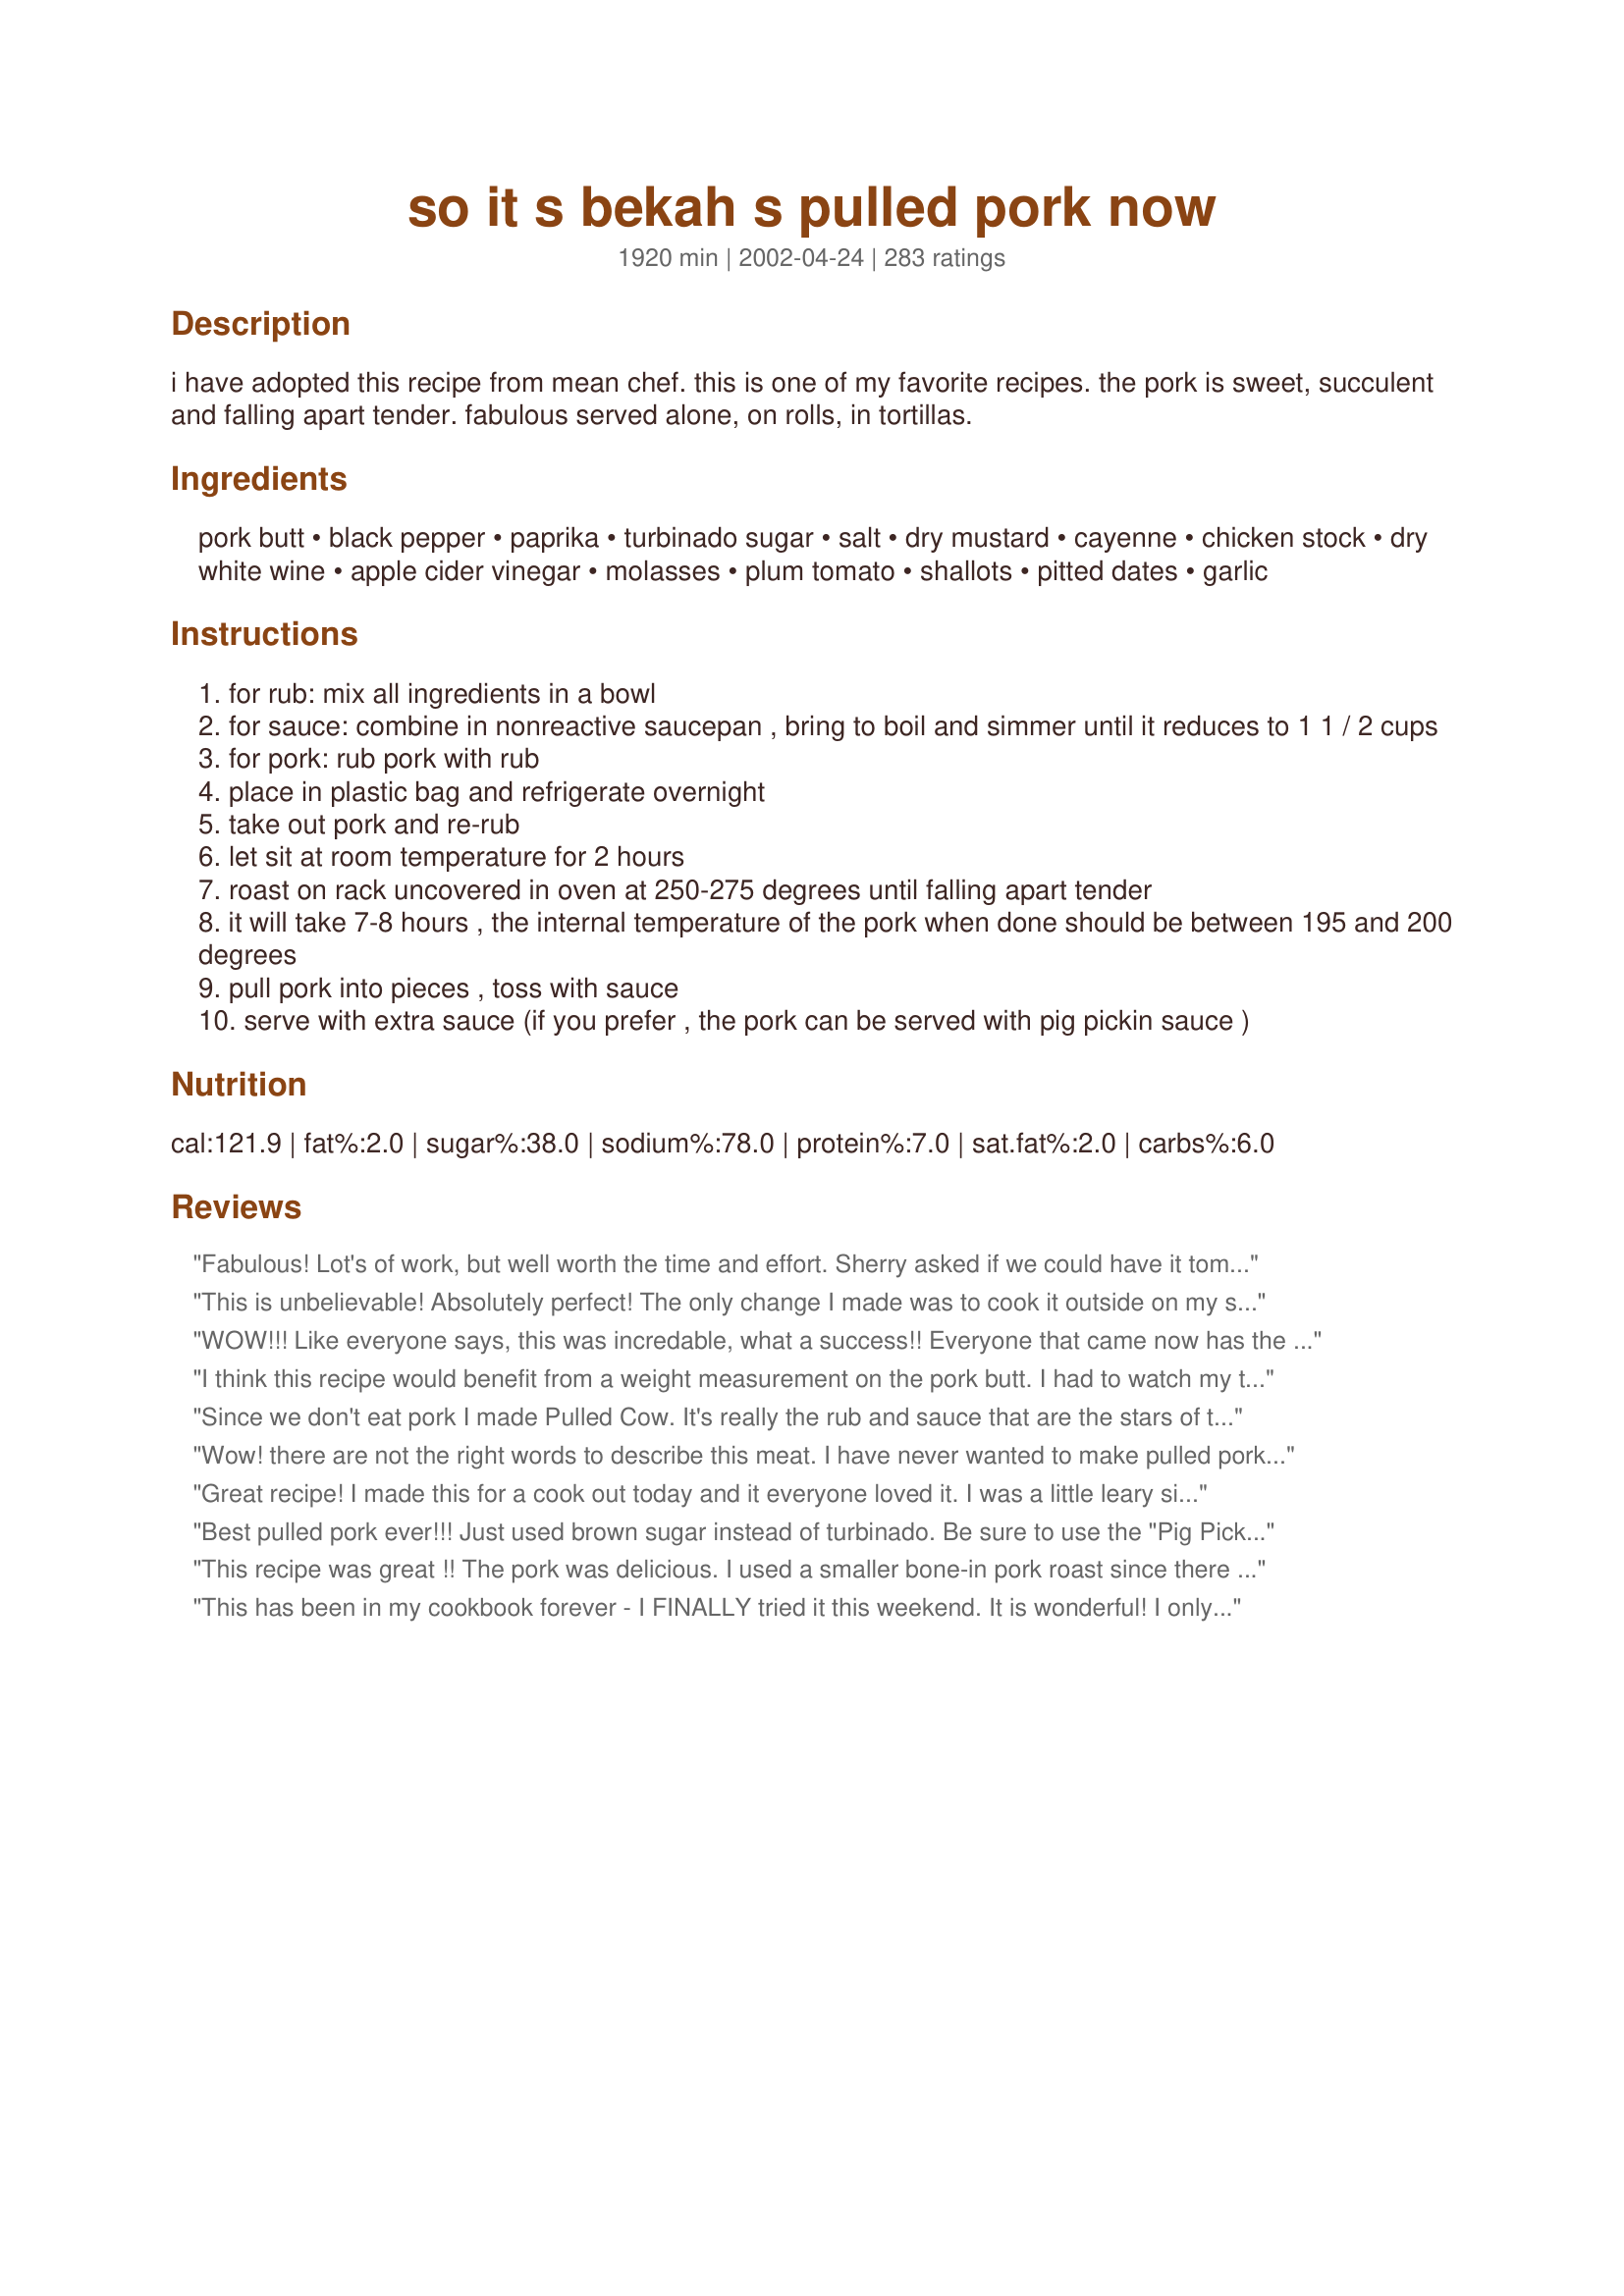
so it s bekah s pulled pork now
Preparation time: 1920 minutes

i have adopted this recipe from mean chef. this is one of my favorite recipes. the pork is sweet, succulent and falling apart tender. fabulous served alone, on rolls, in tortillas.

Ingredients:
pork butt, black pepper, paprika, turbinado sugar, salt, dry mustard, cayenne, chicken stock, dry white wine, apple cider vinegar, molasses, plum tomato, shallots, pitted dates, garlic

Steps:
for rub: mix all ingredients in a bowl
for sauce: combine in nonreactive saucepan , bring to boil and simmer until it reduces to 1 1 / 2 cups
for pork: rub pork with rub
place in plastic bag and refrigerate overnight
take out pork and re-rub
let sit at room temperature for 2 hours
roast on rack uncovered in oven at 250-275 degrees until falling apart tender
it will take 7-8 hours , the internal temperature of the pork when done should be between 195 and 200 degrees
pull pork into pieces , toss with sauce
serve with extra sauce (if you prefer , the pork can be served with pig pickin sauce )

Reviews:
Fabulous! Lot's of work, but well worth the time and effort. Sherry asked if we could have it tomorrow night. Thanks for sharing.
This is unbelievable! Absolutely perfect! The only change I made was to cook it outside on my smoker. It took nearly 12 hours!!But it is worth every moment of waiting. We are making it for our annual July 4th party with Carolina Red Coleslaw from the Epicurious site - and serving it the traditional way - on cheap white burger buns, topped with coleslaw, and a squeeze of pig pickin' sauce. It is one yummy sandwich. 

MeanChef, all your reecipes are SOOO good. but this one makes me swoon.....
WOW!!! Like everyone says, this was incredable, what a success!! Everyone that came now has the recipe. Followed everything exactly, but had to use regular brown sugar in the rub, it was wonderful anyway! In the fantastic sauce I had to use onions instead of shallots, couldn't get any decent shallots. It took about 8 1/2 hours and came apart so easily. As everyone in the thread said to use CWB, we found the cheepest possible and still can't figure why cheap white buns?? Although admittedly, they were perfect, don't know why! I made 3 different sauces, to see which we liked best and without doubt, your molasses bbq sauce was outstanding! (a bit sweet for me, but I was outnumbered!)Thanks Mean Chef for turning my thoughts about pulled pork around, dry heat is definately it and the rub is still tingling. The flavours were fantastic! There was some meat left over so I did it up in wraps and froze them, looking forward to some great lunches!
I think this recipe would benefit from a weight measurement on the pork butt. I had to watch my thermometer very carefully and it was done in about 5 hours. The temperature was right, but it wasn't falling-apart tender. This could be because my pork was a boneless shoulder. (Shoulder and butt are the same thing, but a "whole butt" I guess would suggest bone-in.) The sauce seemed really yucky on its own, but I was brave and put in on the pork, and somehow it works! This was actually a very tasty meal, but I much prefer pulled pork cooked in the sauce in the crockpot.
Since we don't eat pork I made Pulled Cow. It's really the rub and sauce that are the stars of this show! I used a dark brown sugar instead of the turbinado sugar, and double the quantity of minced dates. Heaven! I served this with mashed potatoes and my kids were practically licking their plates clean! My BH had 2 1/2 helpings and had to be rolled from the table. I think this would work well with almost any kind of meat. Thanks, Mean Chef, this has already started to make the rounds in my community!
Wow! there are not the right words to describe this meat. I have never wanted to make pulled pork, it just never apealed to me. Was I wrong. I made this recipe exactly as written, including the BBQ sauce and even made the pigpicn sauce too. The rub made me extremly nervous as some of my family hate pepper, and 1/4 cup was almost too much for me to do, but I did and no one noticed. They all loved it! I even made 2 7lb roasts and am now enjoying the leftovers. My fav sauce was the BBQ although some like the PigPickin, the BBQ was a clear winner. This is very different from what we are used to, and I have to admit I had some Sweet Baby Rays on hand just in case ha but sure didn't need it. This was just fantastic. Thankyou for introducing me to a great dish I have been missin.
Great recipe! I made this for a cook out today and it everyone loved it. I was a little leary since I&#039;ve never tried it before so I wasn&#039;t sure how it would come out. I bought a pork shoulder that was just under 9 pounds. I let the rub stay on for 2 days. Since it was low and slow I figured it would be ok to cook overnight. I came home from a party last night and put the roast in the oven before I went to bed and woke up to a wonderful aroma! The pork was good before I added sauce (I made a sauce that combined the flavors of bbq sauce and vinegar sauce) It was really good. Thanks for posting.
Best pulled pork ever!!! Just used brown sugar instead of turbinado. Be sure to use the "Pig Picken Sauce" also.
This recipe was great !! The pork was delicious. I used a smaller bone-in pork roast since there is only two of us. We ate every bit of it, hot and cold!. We didn't care for the sauce and will use BBQ sauce next time. But that's just a matter of personal taste. Will be making it many times in the future. Thanks for sharing.
This has been in my cookbook forever - I FINALLY tried it this weekend. It is wonderful! I only used a different cut of pork roast - AMAZING. I will be honest - when the sauce was cooking I kept thinking - this really doesn't smell good......but when I tasted it - WOW.
Served it on buns with home fries, and coleslaw.

Getting up at 6 in the morning, on a Saturday, goes against everything I believe in, but it was well worth it for this recipe. I followed the recipe to the letter, and served on buns, topped with coleslaw. This was the first time I made pulled pork, and it was delicious, but next time I will trim more fat off while pulling, as I found a bit too much gristle in my sandwiches.
Wonderful recipe! It was a big hit! I made it with 2 Pork Loin Roast. I only used one recipe of rub & sauce for both 4 lb pork roasts.
Fantastic! I have made this a few times and no other pulled pork I have tasted comes close. Great on a bun or by itself, still great after frozen and thawed. A big hit with everyone who has tried it!
The finished product was pretty good. Because it was roasted the outside was kind of dry for our taste. Next time I think I will cover with foil. The sauce was a good mix of sweet and sour and we liked it very much.
I'm not sure what I could add that hasn't already been said. This recipe is out of this world. Everyone was crazy about it and I'm sure I'll be making this many times to come. Thanks!
Great recipe. Tried this last month. I just now decided to join and vote.
We used a 2 1/2 pound pork roast instead of the whole pork butt. I think I used too much of the rub as it roast was totally encrusted (maybe 1/4 of an inch) and the rub was burnt. I scraped off most of the rub before pulling and mixing with the molasses BBQ sauce. But the pork was extremely flavorful and we liked the molasses BBQ sauce too. Next time (and there will definately be a next time!) I won't use so much rub or purchase a whole pork butt like the directions call for. FANTASTIC, Mean Chef!
I made this yesterday and it was fabulous. The aroma alone was driving us all crazy. Thank-you, thank-you, thank-you. 

Sara
I have made this over five times or so for party's and it is always a hit if you want people to remeber your food make this recipe.
I'm sure this is probably very good with the pork, but I used the rub on a beef rump roast, cooked it at 200 degrees for about 7 hours and it burnt up. I guess I should have followed the recipe as it is written. Will do that next time.
This is how Pulled Pork is supposed to taste. I've made this 5 times now and each time it's great. Now I'm a rub snob and won't eat pulled pork from a crock pot. Thanks for the wonderful recipe.
I am only rating method and spice rub. FANTASTIC!! I used my family&#039;s favourite BBQ sauce instead. Very easy recipe.
I had never made anything like this before, it should be bottled and sold, thank you!!
We didn't like the sauce, but the rub on the pork was phenomenal. Every tidbit was bursting with flavor. The inside of the roast was milder (which was good for the kids' sake). Had this 2 nights in a row and still have a little left for an omelet. Mmm.
excellent. Very flavorful, great for a do-ahead meal for a crowd
OUT OF THIS WORLD!!!!!!!!!
A very easy rub with delicious flavor. We used a pork shoulder/butt and let it cook the full 8 hours even though it looked burned...the "burned" part ended up being my husband's favorite part because it has the heat from the pepper. We argued over who had eaten more of the leftovers...we both wanted it all! I ended up using Jack Stack BBQ sauce instead of the Molasses BBQ sauce, but will try it next time. This will be one of our standard rubs for pork...Absolutely WONDERFUL!
Although I have made pulled pork many times before, I am always looking for a new way to season it...and this rub was fantastic. The pork was tender, juicy, and had a nice sweet/spicy taste combination (I added a bit more cayenne than the recipe calls for). The Pig Pickin Sauce is my favorite, so I used it this time. Maybe I'll try the Molasses Sauce next time. Hey, just because our politics don't rub together doesn't mean we can't enjoy a good pork rub. And this one is definately good. Thanks for sharing.

FANTABULOUS! The whole family gobbled these up - even the little ones asked for seconds. I made the recipe exactly as written - and see no reason to ever modify it. Thanks for keeping Mean's legend alive here.
AMAZING rub! We loved it. It crusted wonderfully and was nice and spicy. We didn't like the sauce though :-( it was to sweet so only 4 stars.
OUTSTANDING!!! I have been meaning to make this for a long long time. Yesterday when I was at Sam's Club I found a 12 pound butt. Since there is only 2 of us eating it, I was really apprehendsive of making something that big, I was relieved to find out it was two packaged in one. I rubbed it last night, and could not get the seasoning rubbed in with out it all crumbling off, so I just rubbed it in the best I could, this is my first time, so I wasn't really sure how it was suppose to react. I put it in the fridge over night, when I re rubbed it this morning it looked much better. When I put it in the oven to slow bake, I woke up from my nap to this delicious aroma. Who knew a butt could smell that good? I am on Atkins, so I did not make your sauce. But the meat will definately make lunches for awhile. Thank you for sharing this great recipe Mean!!
Mean Chef, you've struck again. Great receipe, absolultely loved it. Can't think of anything I'd change with this. I'm so impressed that when I visit my kids in Texas the menu is going with me. Oh and what few left overs there was was great also.
Thanks for this great receipe..
This was AMAZING! I've been sitting on the recipe since before mean chef left and finally made it! I was scared when I pulled it out of the oven because it looked black. When I peeled the outer layer off, this beautiful juicy piece of meat greeted me with a smile. I'd like to try the pig pickn' sauce next!
This is amazing! We all loved it and believe me it will be the only way I cook pork for sandwiches from now on. The rub is excellent, the sauce is great. I served it with my Garlic Potatoes and coleslaw. Absolutely fantastic!
What's left to say?!?! I've got the rub mixture permanently in my pantry now. I nibbled wayyyy too much pork while I was shredding it. I LOVE the outside of it. Dh was in heaven. Yum, yum, yum, yum, yummy!!!
I made this a long time ago and it was perfect. Everyone finished it off and asked for the recipe. Great recipe.
Ok, can I be #seventy something to say YUM!?! Great recipe. I'm mad that when digging out my spices I found myself short on paprika and black pepper but the rub still turned out great. Think I'll stick with the 1/2 black pepper idea for the kids sake. For those who like details like I do - my meat weighed 6.98lbs and took 7 1/2 hours to reach 197-98 degrees @ 250 for 6 3/4 hrs and 275 until done. I did let it set out 2 hours before baking. I made the Molasses BBQ sauce and it was interesting, but not our favorite. The Pig Pickin Sauce was to die for, we are vinegar people! This made a lot of meat so I'm going to remember this recipe when entertaining large groups. Glad I jumped on the bandwagon, dh just said "That was a killer meal!"
super easy, everyone loved it! Thanks!
AMAZING! we had a 4 pound pork butt and leeannr's time estimate was right on...but to be sure you should check the internal temperature. i followed the recipe exactly except i didn't make the sauce...just used the rub only. every bite was full of flavor and the pork wass succulent and juicy. we slathered ours with barbecue sauce and ate them on cheap white buns and we all were in heaven (5 out of 6 family memebers loved it and the one that didn't...well that child hates everything so he doesn't count LOL). not a scrap left so i guess i will have to make it again soon. a keeper! thanks for the recipe.
If I could individualize my ratings for the pork vs the sauce I would give 5 for the pork (wonderful with a bit of spice) for it was easy to do. pulled apart wonderfully. I did about a 3lbs butt which fed 6 people comfortably with fixings and wings. I would only give the sauce a 3 star though. I found the molasses to overpowering and ended up leaving a bitter aftertaste. I added about 1/2 cup brown sugar and 1/2 cup ketchup to the sauce to make it sweeter and then it really tasted good.

I had cooked the roast the day before, shredded it and left it over night. Tossed it in the slow cooker to keep warm the next day. Made the sauce and tossed it altogether. Topped the meat with coleslaw and wow do it make a great meal.
Do not fret when you see the dry mix ingredients, as I did. "Surely there cannot be 1/4 cup of pepper...that must be a typo" I said. But I made it as written, and it was perfect. I made two of these pork butts for a family event and all were in awe. 

I made the sauce which was listed also. I wanted to like it. The sauce takes 5x more effort than the meat, but cannot say I loved it. It was o.k. I have had some vinegar based bbq sauces I like, but not this one so much. I made this listed sauce and a tomato based bbq sauce and put them both in squeeze bottles for each to choose. Tomato beat vinegar by 10:1. Could have been the yankee crowd, not sure. But the sammie rocks.
I served this on crusty rolls and my husband really liked it. The sauce is so delicious and the meat was very tender.
I am not offering a rating because I think my experience was not typical. First, I live in the UK and asking for a pork butt from the butcher has resulted in nothing but a lot of hysterical laughter. I ended up using a big pork leg roast -- about 4 lbs -- which I cooked for b/w 4 and 5 hours. I have to say the flavour was very good, but the meat itself did dry out. Only a small part of the roast was really tender and juicy. For the sauce, I couldn't find any molasses so I used greek honey (a very dark honey) and that worked great. The sauce made this dish good, since my meat was so dry. I think I will try this again with a beef rump roast. That I CAN get here...
Outstanding! We thought that pulled pork this good was found only in restaurants-wrong!

This is the only way we do pulled pork now-the long and slow cooking method keeps the meat juicy and at the same time, the edges get nice and crispy. We serve with the Pig Pickin Sauce and toast the buns with melted butter.
I really don't see how this recipe got so many high ratings. The rub is good, and if you wrap the pork in foil to seal in the juices, it will literally fall off the bone. So, until I got to the sauce I thought this was a 5 star recipe. The sauce is not what I am used to in terms of a traditional BBQ sauce, but I liked the idea of a sweet/savory type combination. It turned out to be kind of bland even though I followed the recipe/directions exactly. I will use the rub but in the future will make a different sauce. Here in upstate NY we do Dinosaur Barbecue style, so that will be my model. This sauce might work for others, but not for me.
This was pretty good. I couldn't find a pork butt, nor did I need that much meat, so I just used two pork blades and cut the recipe in half. One of the blades pulled apart easily with a fork, the other was very tough and had to be cut apart with a knife. I'm not sure what happened, but it still tasted pretty good. I will definately make this again.
Very popular at my Fourth of July party. 4 whole pork butts served 50+ guests, and I used potato rolls as the sandwich bread. I let the butts hang out in my fridge with the rub overnight, then cooked and shredded them the day before. The day of the party I made the yummy sauce, then put the pulled pork and some of the sauce in my huge crock pot and let guests help themselves. Just had to top up the pork halfway thru the party with a lil more sauce. Got lots of requests for this recipe!
We ended up using a 3.5lb pork shoulder and at 7 hours it was just perfect. For whatever reason we ended up with way too much rub on the meat and had to cut away pretty much the entire outer portion - it was just too peppery. The meat itself cooked up soooo moist and the sauce was delicious!!
Absolutely wonderful........it is so easy......make the rub at night and coat the roast, put in the oven in the morning....and cook all day for a wonderful meal. My DH was so crazy about the rub after it was done that I didn't think there would be any left to mix with the pulled pork. The rub has all the flavor and spice, so I had to chase him away....!! I can't believe that I thought this was too complicated to try.
5 Stars all the way.!! Donna
Update......I've made this 3 times now and have finally decided that there is too much black pepper for me.....so I have cut it to 1/8 cup and used a paprika blend of spices for the other 1/8 c. The rest of the family likes it either way, so I think I will tame it down for me in the future.(It is VERY spicy as written).
Wow! This is THE pulled pork recipe to try. This came out of the oven so tender and juicy, DH and DD couldn't quit eating it while shredding it. THEN.....the sauce to put on top is TO DIE FOR. I was in heaven! I will definately be making this many times over. Thank you for much for keeping this recipe alive, it is wonderful.
Wow, this is just an all around awesome pulled pork recipe!! The pork turned out perfect and the bbq sauce was delicious!! The sauce didn't thicken much, I'm not really sure if it was supposed too or not but, it worked out perfectly with the meat and tasted amazing all together. Great recipe, thanks for sharing!!
I will just rate the pulled pork because I did not like the sauce at all. The pork was great. I made it for my husband's poker night with his buddies. Unfortunately, all I had was HOT paprika so needless to say, it was very very very spicy. The boys loved it, though. I told my husband that pork butt was on sale at the store and he said that we have to go back and buy a couple more! I'd say that's a success.
Fabulous! Can't add more as all the prior reviewers stole my words.
My review is for the rub in this recipe - I didn't have all the ingredients for the sauce at the time. Followed marinating instructions and cooked in my crockpot for 8 hours. The spice combination makes a delicious flavored pork roast. You just can't help pulling off pieces to taste when shredding the roast. It makes a wonderful outer crust and seals in the juices. I did use recipe#171860 and made sandwiches with recipe#19623. :yummy: Thank-you.
I used the rub only and just that alone is worth more than 5 stars. I also didn't have the pitted dates to make the sauce. Will definitely make it next time. I had planned on smoking this but it rained all day. So a 7# Boston pork butt went into a 275 deg. oven for about 3 1/2 hrs. It pulled apart easily and had a wonderful flavor. Thanks for sharing a great rub recipe!
We loved this! it smelled so good all day, I cooked it in my oven in the trailer and I kept getting wiffs of it in the house and outside, we must have been making some little animals hungry!
It was heavenly on a bun with coleslaw.
Awesome. Everyone loved it. Will definitely be making it again.
I keep making this and it's always good! I always have plenty of the rub left so I put it in a baggie and save it for the next time! I've also used the rub on other cuts of meat like pork loin and even steak. Love it!
We had never had Pulled Pork before, WOW were we surprised! So incredible...I made a reduction with the Molasses BBQ Sauce after it had marinated and we dipped the pork in the new sauce...YumYum, kids loved it, hubby loved it. Will make this again, Thanks!
Wonderful. My guests were crazy about it!!
Nothing could be easier. Rub it the night before, shove in the fridge, pull it out the next morning, a quick re-rub and a two hour room temp. 'warm-up' and into the oven it goes. Mine wasn't exactly falling apart tender after seven hours, I wish I had cooked it at the 275, instead of going with the lower end of 250. So after 7 hours at 250 I turned it up to 275 for another hour. I pulled the pork, then drizzled the whole recipe of pig pickin sauce over it and mixed well, then used a bottle of Sweet Baby Ray's bbq sauce over it and mixed again. I loved the combo of both. We all loved it and will make it again for sure. It's a great dinner to do when you don't want to spend a lot of time in the kitchen, like on football Sundays. Thanks Mean Chef for another great recipe!
OMG! the best EVER....EASY AND TASTY...this recipe is the best pulled pork recipe hands down! Make it for your next party, your guests will go nuts!
This pork was fabulous!!! We made this for 4th of july and I was really dissapointed that we didn't have a smoker to make pulled pork sandwiches. I stumbled across this recipe as a substitue for what I was craving and boy am I glad I did. This was one of the best pulled pork sandwiches I have ever had. I am not super crazy about the sauce (personal preference) but I just added a little of my favorite BBQ sauces to it and it was really good. Just a lot of work. The pork takes a while to make but is in no way labor intensive. I will be adding this to our familys regular rotation. It would be great for a party or gathering as it makes a LOT! Tahnks for the yummy recipe!
Wow, this turned out great! I used a 4lb. pork loin since that was what was available and there are only 2 of us. For some reason, though, I have a nagging feeling that it would have been even better if I had used a bone-in cut. Well, regardless, very delicious and the Molasses sauce was well worth the effort! Thank you for sharing this recipe, Meanie!
My attempt at puled pork wasn't so successful. I think I used too much of the rub and with the sauce, it was too much.

BUT... found a great use for the rub (had a lot left over from the pulled pork attempt). Super yummy for marinating pork chops then pan fried them. Yummy. DH and kids usually don't like pork chops cuz the meat's dry...but the plate's clean everytime I make chops this way.

I'm rating the rub 5 stars.
I've made this 4 times now and everyone LOVES it.
Not of course that this needs another 5 star rating, but what the heck...I've made this 3 times already. I love the fact that this bakes at a lower temp for an ext period of time. Great as a BBQ sandwich, great as a fajita filling with rice and beans and great as the pork in poblano pork stew. So many uses...I never think "What will I do with the leftovers"!!!
What could I say that hasn't already been said...NOTHING! This recipe is definitely a KEEPER! I fixed this tonight and my boyfriend and I both ate ourselves sick and still have a TON of leftovers! Since it was just the two of us, I used a 3lb piece of Boston Pork Butt. It worked perfectly! I rubbed the butt last night with the rub and set it in the refrigerator overnight. I didn't have any dry mustard so I was forced to leave it out. However, from the taste of this pork, I wouldn't have known any better! I cooked it for about 6 hours at 250 degrees and it was PERFECT since it was a small piece of meat. I served it with some sweet Hawaiian rolls, curly fries, and Sauteed Cinnamon Apples. I'm STUFFED!!!
Mean Chef this was such a great dinner! Served it with fried okra # 11640, Southern Sweet Tea #63785, Southern Buttermilk Biscuits #26110, and Creamy Coleslaw #26143. Super simple to make and absolutely delicious!
The rub is fantastic. I just pulled the roast out of the oven and I can't keep away from it! The rub makes it spicy without being overwhelmingly hot. I'm not making the bbq sauce this time, but I'll use this rub over and over. Oh, and I took the roast out of the oven after 8 hours. The roast is around 6 lbs and only reached 168 degrees, but pork is fully cooked at 165. It would probably have been overcooked had I left it in to reach 195. Oh, I need to go make a sandwich :) Thanks for this one! (I just have to update to say this roast is the best thing I've ever made! Also, because I pulled it out of the oven at a lower temperature than called for, it doesn't pull apart but is perfect for slicing. The only bad part is that it's almost gone now.)
I smoked a pork butt today and used the rub part of this recipe and WOW!!! The pork came out of the smoker falling apart and delicious! I didn't make the sauce only because I didn't have all the ingredients but you can bet next time I will make sure to have everything on hand! We smoked it about 8 hours on the smoker and it was just scrumptious. Thanks for suggesting your recipe over in the grilling forum!
Absolutely to die for. My son and son-in-law had about 4-5 sandwiches at supper. The next morning they were pigging out (no pun intended) again. Thanks for a superb recipe Mean Chef.
I didn't make the sauce but the rub was excellent! I made the full amount but didn't need all of it to cover my 3.5lb butt. I shredded the meat and combined the remaining rub mixture and bbq sauce into my slow cooker set on Low for about an hour. I couldn't believe the response I got from this, after only a few bites, requests came in to make this again ASAP...looks like the oven will be on all summer long, thanks a lottttttttttt Meanie!
I made this for my sons birthday and a few months ago and people that were there still tell me "those pulled pork sandwiches you made were amazing!!!" The Molasses Barbecue Sauce really makes this a great recipe. Spoon and it onto your sandwich and enjoy the juicy, lucious goodness, mmmmmmmmmmmm
Excellent recipe! I didn't make the barbecue sauce, but the pulled pork was delicious. This was very easy to make.
This was awesome fixed it for my nephews birthday party and used my own BBQ sauce and was a hit.
Made this for Father's Day. Fantastic and so-o-o easy!!!
Well, I have to join the bandwagon! This was delicious! I did use a different cut of meat though...I used a pork loin roast and after Mean had let me know that this wouldn't fair well in this recipe, I decided to try something I do with a beef roast. I took the seasoned pork loin roast after it had been roasting for a couple of hours and put it in a roasting pan. I added some water, about an inch or so, covered the pan, and continued roasting the meat for another couple of hours. Well, the meat turned out fork tender and the seasonings added a nice little kick to the meat. I also made the molasses sauce and poured that over the shredded meat. Usually my family uses additional bbq sauce, but I told them to try it just as it was...No one used any extra bbq sauce! (I did use onions instead of the shallots and I used an extra cup of broth instead of the white wine...)I'll be anxious to try this recipe again and I don't think you'll have any complaints from my family! YUMMERS!!!
This was my first time to cook a pork butt, but they were on sale so I bought 3. My DH and DS fancy themselves pulled pork connoisseurs. My 16 year old said to his father, (whispering) "This is either going to be either really good or really bad." When those two tasted the results, they declared that it was better than Corky's of Memphis(their personal Mecca of bar-b-q joints.) This is a fantastic recipe. So easy. The aroma coming from the oven was mouth watering. Thanks so much for the recipe. I will be serving it for the next family get together.
this was awesome! I put it in the crockpot overnight and woke up to a marvelous smell! I cooked up a 6.5 lb. roast and we fed 30 plus folks. Thank you!!!
I don't know why I'm bothering to post yet another raving review! I did a pork tenderloin, which I knew might be drier than other cuts, but I was OK with that knowing I could drown it in sauce. Took about 4 hours at 250F to reach an internal temp of 195F. Served it alongside some chipotlified "Old Time Baked Beans" (#29785) and "Freezer Slaw" (#9099).
Has anyone tried this on the smoker? Would love to see how the flavors meld
Mmm...beautiful food! But the aroma almost killed me, waiting for it all day was not easy. It tasted great with or without the sauce (be advised to go easy on the sauce if you do use it.) Thanks for the recipe!
Yep. Uh-huh. What they said. The best stuff ever.
This is just amazing pulled pork. And amazingly easy! I was a bit nervous, as it was my first time making this. But it couldn't have been any easier! The most work was chopping the few things for the sauce. And that was a cinch. My husband was begging me to try this, so I went straight to your recipe, Mean. I have orders to put it in regular rotation here. We were thinking the meat without the sauce(which is delicious, and the aroma it gives off while simmering is making me drool all over again) would make a great filling for enchiladas, with a good mole sauce.
Again, this is very easy to make, even for a beginner. The ingredients are common and easy to find, and the oven does all the work. Just pop the pork in the oven,and leave it alone. Our pork butt was 3-4 pounds, and after 5 hours at 250°, registered 200° on the meat thermometer. Pulled apart very easily! Served on cheap white buns with cole slaw and Pepsi. Heaven! Thanks Mean Chef!
Really good. The spice was a bit too much for me and the kids. I will decrease the pepper next time.
Wonderful...
I researched my thesaurus to find some new words to describe how delicious this was... but I guess they were all used up. It was melt in your mouth wonderful. I used a Thai barbeque sauce and it went very well with the pork. Thanks once again MeanChef.
This was fantastic and well worth the time. Everyone loved it and it reminded me of holidaying in Hawaii!
Very good. My first time using a rub. I cooked mine until the internal temperature was 195. I didn't want it to dry out, so took it out then. Next time I would leave it a little longer as parts of it were falling apart tender, but others were not so tender. Used Pig Pickin sauce, but my husband liked it with some Sweet Baby Ray's BBQ sauce added on the sandwich. Thanks for sharing!
EXCELLENT!!!!!! I started with what I thought was a 12 pound pork butt, however, it turned out to be two 6 pound roasts. I was cooking for my brother, SIL and their crew so I cooked both. I put them in the oven at 275 degrees at 10:00 pm. The next morning I got up at 8:00 am and they were a little over 200 degrees so 9 hours probably would have been better. The outside was very crispy and delicious and the meat was tender and juicy. We are not big fans of vinegar based sauces so I did not cook the Pig Pickin Sauce but instead chose the Molasses Sauce. I have to say we did not care for the Molasses BBQ Sauce either. I doctored it up with many different ingredients and it turned out ok. I am not reviewing the sauce just the pork. Everyone enjoyed it and it will grace our table again very often.
Well, you have lots of reviews, but I had to add my 2 cents! This pulled pork recipe is very tender and a must try! I didn't get a chance to try the sauce with this recipe (but I will next time). Instead I used Stubb's BBQ Sauce. The pork was very flavorful. Next time I will cut back on the pepper just a tad, but other than that it was perfect! Thanks Mean for another hit!
Wow, this was amazing. I couldn't find a whole pork butt, so I used two bone-in butt roasts and stuck them in the oven for about 6 hours.
They fell apart wonderfully, and I kept sneaking bites as I pulled it. I didn't make this sauce, but the pork itself was a big hit!
I am always looking for recipes to expand my picky hubbys list of will eats and decided to try this great sounding recipe. Ended up having 4 friends drop by too and they have all asked to be called when I make this again. The meat was tender and very flavorful. Loved the flavor the rub provided and wouldnt change a thing about it!! Thanks for a new family favorite!!
I've been making pulled pork for many years and this one is a winner! The flavor of the rub is an excellent compliment to any sauce you may use. I know because I made three additional sauces to try with this pork. The molasses sauce recipe given with this recipe is excellent. I prepared this recipe exactly as directed with no modifications. Thanks for sharing this one with us, Mean Chef : )
This was wonderful. I used a small 3lb butt so only made up half the rub recipe and it was plenty. I did cut back a little tiny bit, not much, on the black pepper and paprika. Due to time constraints I was not able to leave at room temp for 2 hours. I didn't have a rack so I put it on foil in a baking dish and in 5 hours it was beautifully done (couldn't find my thermometer though). DH ate his portion without any sauce and the kids and I dressed ours with Sweet Baby Ray's honey barbecue sauce. Served with mashed potatoes, greenbean casserole and yeast rolls. YUMMY. I will definitely make this again. Thanks for a great recipe! ***UPDATE** Since the time of my first review, I have been using the Pig Pickin' Sauce recommended in the recipe and it is FABULOUS. I will always use that from now on; I am an NC gal and love a traditional vinegar and red pepper based sauce and I coarsely chop the meat with a cleaver instead of pulling it. This incorporates the crusty delicious outside bits throughout. The other thing I have learned is that you must use a Boston Butt for best results; other cuts of pork just do not work as well. This is the best recipe I have made from Zaar.
Excellent, another satisfied customer. I love pulled prok and this was fabulous. This is a recipe that can impress. Made molasses sauce and all. Instead of pork shoulder, I used pork should ribs that were tremendous but came out just as tender. I might cut down on the black pepper next time but other then that- it was good eatin!!! Thanks, Mean Chef
Amazing recipe! I reviewed this earlier and I remember being the 100th reviewer, but unfortunately it was never posted. Anyway hope that this review is posted. I used 5.7 lbs of boneless pork. It took about 6 hours for it to reach the stage where I could cut it in perfect slices. In the past when I baked it for about 8 hours, it was delicious too - perfect pulled pork (shredded easily). Both ways are great for sandwiches. However I am always baffled by the large quantities of pepper and mustard in the recipe. Thought it was a typo at first, but decided to use half the quantity for the size of pork I had. Thanks Mean Chef&lt;br/&gt;8/8/13 :I have to thank Bekah who has inherited this wonderful recipe.. This recipe is still a winner at our home. I have even made it with thick pork loin tips 3lbs in a covered pyrex dish. 375 degrees at 20 mins per pound - you&#039;re right .. it doesn&#039;t turn into pulled pork but delicious sliceable chunks of pork for sandwiches. I used only 1/8 cup of pepper and 1/8 cup of paprika, 1 tsp of red chilli powder (cayenne) and it was perfect.
This was wonderful. I followed the directions exactly, except I substituted brown sugar for the turbinado sugar. I set the oven for 275 degrees (it was a 4lbs.plus pork butt) and let it go for 7 hours - nothing could be easier. The meat was falling-apart tender, and DH and DD loved it. I'll be making this again and again - we're all trying to low-carb it a little, so no one wanted sandwiches - we ate it as pulled pork on plates. The cayenne gave it the perfect little kick, and while I thought the sugar might bring too much sweetness, it was absolutely perfect! I'll make this again and again - thanks for a great recipe!
Wow! This was awesome Mean! I was having my family over for dinner and I wanted to make something out of this world, so I opted for your pulled pork. I always worry when I make a recipe for the first time, especially when having company over, but it turned out perfect. The meat just fell apart. Unfortunately, I did something wrong with the sauce, so it looked very unappetizing when it was finally done. (After all the rave reviews, I guess I'll just have to keep doing it 'til I get it right!) I plan on making this often. It was so easy and absolutley scrumptious! Thanks for a great new recipe!
Really great taste! I made it for superbowl Sunday and was not disappointed. The outer crust blended into the rest of the meat quite nicely when pulled. i made both the Pickin Sauce and the Molasses Barbeque Sauce. I loved the BBQ sauce best! I was really confused about what size butt to use and really wished there had been more specifications as i had never gone in search of a "whole pork butt" before. Here is what i found and used--- approx. a 7 pound "pork butt" and it took approx. 7 1/2 hours for it to reach 190 degrees internal temp. My oven was set to 250 degrees. I was pleased such a serious dish turned out so great on my first try --I'll definitely make this again.
Absolutely awesome! So tender, so juicy, so delicious! The sauce is a little sweet and very tasty - the pork is indescribable. Everyone raved over this! I think I love you, MEANCHEF!
Fabulous! Thanks for sharing! Followed recipe with exception to the tomatoes in the sauce. I didn't have any plum tomatoes so I substituted with a vine tomato and it worked fine.
Very good recipe. We all liked it very much. Thanks for posting.
I didn't use the sauce but I cooked the butts this way and HOLY MOLY! The rub and the cooking was phenomenal. I put them in at 10 pm, cooked them a little slower and pulled them out when I left for church at 9 am (for a church to go fund raiser) and WOW! I love this method of cooking! I didn't have all the paprika so I substituted half of it for smoked Hungarian paprika and it almost tasted like it was in the smoker!
I have had this recipe in my "Want to Try" cookbook for several months, but had not had the right opportunity to make it. I was having 25 people for Easter lunch this year, so decided this was it. I ended up buying a very large package (17 lbs.) of pork butts from Sam's and was wondering what I was going to do with all that meat! I followed the recipe as directed, even though I was somewhat concerned about the amount of hot spices in the rub. Well, long story short, it turned out perfect! After about 10 hours of cooking, it was fall off the bone tender and very flavorful. The crispy outer parts with the rub were especially good. I added the molasses barbeque sauce, which made it even better. I also made the pig pickin vinegar sauce which added a nice tang for those who tried it. We ate half of the meat for the meal and then everyone took home leftovers, which I considered a great compliment. This recipe definitely lives up to all the hype and I will make this again. Thanks for sharing.
What can I say about this recipe that hasn't already been said? OK, I love being able to say that I put my butt on the cutting board and rubbed it, LOL! I used 2 blade roasts that made up about half a pork butt. I kept everything else as the recipe calls for and absolutely loved it. I was amazed at how moist and tender it came out. I did use the Pig Pickin sauce instead of the Molasses BBQ sauce. Very delicious. Each of us had a small bowl in front of our plate to mix the pork with whatever amount of pickin sauce, bbq sauce or whatever before we served on roles. I look forward to trying this on tortillas with some cilantro, tomatoes and onion. Thanks many times over for a great recipe!
Boy was this good! I put this in my slow cooker before I left for work and I chose to use bottled sauce because I was short on time at the end of the day. Perfect weeknight meal.
I am making this awesome dish for the 3rd time & I can't wait for it to be finished cooking. I had never cooked pork butt before and had no idea how much the pork butt called for in the recipe should weigh. My butcher (who does not sell pork butt) suggested I use a 3 pound pork shoulder. It was tasty, pulled apart with ease but was quite overdone since it had cooked for the recommended cooking time. But I was not to be discouraged! My 2nd attempt was a much larger trussed shoulder (about 5 pounds) and the results were much more tender and juicy yet the crust was just perfect when pulled apart and mixed into the soft meat. The taste was amazing. It was hard to stop nibbling as I was stacking the meat on the buns. The sauce was fantastic and I will try the pig pickin sauce also this time around. I raved so much about this recipe that my friend in Whistler, B.C. cooked it ... she thought she had died and gone to heaven. Since her dh does not eat pork, she tried the rub on a chicken and swears it was the best roast chicken she's ever had. I will also try this rub on a big brisket for all my friends who don't eat pork. This rub just rocks! Thanks Mean Chef.
Awesome rub. Didn't do the sauce. Used the Pig Pickin vinegar sauce instead. I want to put this rub on everything! I didn't let the pork sit at room temperature for 2 hours. I was too scared.
This turned out awesome! We added the Pig Pickin sauce and really was better than anything I've had in a restaurant.
Like this recipe needs another five stars.I have looked and looked at this recipe, but finally got up the nerve to try it. I really wish some size or weight were given for the meat, but I tackled it anyway. I faithfully read all the reviews and started. I couldn't find a whole pork butt, so I purchased a shoulder cut. The rub terrified me, it seemed to have so much pepper and paprika, but I went ahead and made the full recipe. I did have trouble getting the rub to "rub in" but did the best I could. I let it sit overnight and rubbed again the next morning,and the rub did seem to absorb better. It seemed like I cooked the thing all day, I lost count of the hours.I kept checking on it, terrifed it would overcook and dry out. No fear, it was wonderful! I also made the barbecue sauce. I doubled the recipe, and maybe I shouldn't have because I had a horrible time getting it to thicken. I didn't use the wine, but added more chicken stock. The sauce is awesome! The longer it sits, the better it tastes, according to my husband. I will definitely do this again. For all my worrying, this was easy to do and got rave results!
Best pulled pork. Ever.
This was outstanding. I did 2 rolled leg roasts totalling about 9 lbs and doubled the molasses bbq sauce. I found it to be on the dry side which could have been because I didn't use a pork butt or not enough sauce. Regardless this recipe goes in the make again/share file.
Excellent flavor. This was a big hit. I made the Molasses Barbecue Sauce and was not overly fond of it. I will find another sauce that suits our taste but we loved the meat. This is a keeper.
excellent! I have used this recipe twice, once as presented, and was extremely happy (and praised!) I hava also brined the roast before BBQing, with even greater success!
I made a few chages to make this work more for what I was aiming for, and it was absolutly perfect. I used the same proceedure for packing the meat in bags and sitting overnight, but instead cooked in a crock pot for ~8.5 hours on low and added 1 cup of filtered water. The texture and consistancy was perfect served just as itself, or coupled with a piece of fresh bread or bun is also quite good. Thanks! -mariner
It doesn't get better than this... and that's no lie...I am in hog heaven... Thanks to Mean Chef for the most killer recipe!
OMG!!! I have eaten some good BBQ but this is above excellent. This is the second time I am making this (I can smell the meat in the oven and I just finished licking the spoon off with sauce.) After the first mouthful, of the first batch I made, DH asked when we could make another batch. Thank you so much for a great recipe or recipes. We will be making this over and over again. Never thought I would like the BBQ sauce with dates in it but the sauce was absolutely mind-boggling good. The only thing done differently was that the wine, shallots, dates and garlic went into the food processor then everything else was done as your recipe read.
Thanks again!
OBTW...I had to double the sauce recipe just a personal preference.
Pork Butt where have you been all my life!!! Excellent recipe I will be making pork butt much more often now!
Add me to the bandwagon. It was great! I especially loved the taste of the peppery crust. Loved it plain, and tried it on plain Italian bread, and with a thin layer of horseradish sauce, and I dipped the Italian bread and horseraddish version in the sauce. Extremely yummy. The sauce was surprisingly sweet. I was expecting it to taste a little darker, but very tasty nonetheless.
Great recipe! We did a bad thing and doused in Open BBQ sauce and ate it on buns, but that's the way we wanted it.

I've never done a real roast except for a beef roast in a crock pot, so it really thrilled me to have this come out correctly. Simple recipe, easy to do, and the results are great! We're not too huge on pulled pork, but this is definitely a recipe we'll be making on occasion for something different!
I have tried this recipe twice now. The first time I used a crockpot and it was pretty good. The second time I cooked it in the oven as suggested and oh my gosh! It was soooooo much better and so darn good. Interestingly enough I thought I was taking two pork roasts out of the freezer and found out after they were thawed that one was beef! I cooked them together, after pulling them apart I mixed them both together and used KC Masterpiece Sauce. It was great! I may just mix them half and half from now on.
Excellent pulled pork. Made pretty much by the recipe and have now made it twice. I like the molassas sauce, but my husband likes the Pig Pickin Sauce (#31020)) Would also be good with just about any bottled bar-b=que sauce. Tonight we are having leftovers in tortillas with taco fixings.
WOW!!!!

Have to remember this one!!!!

I have made this recipe twice now. The first time using turbinado sugar and the second time using brown sugar. IMO, both worked equally well. This recipe produces the most amazing, succulent, delicious pork I have ever eaten. I followed Miller's tip and poked holes throughout the meat before massaging the rub into the meat. The aroma permeating the house while it was cooking was my first clue that we were in for a culinary delight. After 8 hours in the oven, the rub had formed a dark crusty seal around the meat, trapping all the flavor and juices inside. After cooling, it was easily pulled. We tried both recommended sauces and we preferred the Pig Pickin' Sauce. I noticed that some reviewers thought this sauce too strong with vinegar. It should be noted that this sauce is meant to compliment the meat so do not drown the meat in this sauce. Start out with a small amount. I have found some amazing recipes on Zaar, but this one is, by far, the best. 10 stars in my opinion! Thanks Mean.
This is an amazing recipe. I made it (16lb roast)for my "Oldtimers" Hockey Team. Served on a bun with plenty of cold beer after our final game of the season and to say it was a huge hit is an understatement.
I am definitely going to try many more of the "Mean Chef" collection.
Refer to Mean Chef's "Pig-Pickin Sauce" to douse this pork in for SHEER EASTERN NC BBQ BLISS. Thanks so much for the recipes!!!
I really didn't care for this recipe. The meat, though rubbed for 24 hrs., did not end up having any flavor on the inside and I did not care for the flavor of the crust. I did not make the BBQ sauce because no one in my family cares for molasses. I imagine that gives it better flavor. Instead I used a bottled sauce that we like, but it didn't quite cover up the lack of flavor in the pork. After reading other reviews, I ended up being very disappointed.
Wow! I found this to be rather nuclear for my taste buds. It was tasty, but I had to have a glass of milk close by to cool my taste buds. My husband loved it, but my kids couldn't eat it.
Oh Mylanta is this great!!! The only problem I had was waiting for it to finish while it filled my house with the best aroma!!!! Another keeper! Ty for the post!
Patience is so rewarded! I also skipped the additional salt but added a little of Chef Paul Salt Free Magic and more important Michael Chiarello's pork spice! I put it on at 200 degrees around 6:30 and forgot about it for the entire day until 7 pm! Absolutely delicious!
OK, let's shoot for 100 reviews on Mean Chef's pulled pork. I served this today, Father's Day 2004. I took a risk serving my family something different, but they loved it. I used two pork tenderloins with the rub and MC's pig picking sauce. I called my brother into the kitchen to taste it before I served lunch and he almost would not stop eating it. Wow, even my nephew's GF ate two helpings!!! 
I made two mistakes: 
#1. I did not allow enough time and had to raise the temp, so it was not as tender as I wanted, but that will not happen next time and there will be a next time. 

#2. I did not cook enough, there are hardly any leftovers??!!!

C'mon folks, only 15 more review for an even 100!!! Thanks Mean Chef!!
Fabulous! I had a 9lb pork butt and after bringing it to room temperature, it took exactly 7 1/2 hrs at 275 for the probe to register 195. Let it sit for 20 minutes b4 shredding, and it shredded easily. I could eat this as is, without the molasses sauce as the rub creates a crispy,spicy, blackened exterior that is out of this world good. I did add the molasses sauce after shredding, which sweetened it up nicely, but not too much. Served with garlic toasted cheese buns and cole slaw. I did make the pig pickin sauce but never even used it, because we loved the flavour as it was. Thanks MEAN!!!
I used the sauces from recipe #12122 but used the rub and roasting directions from Mean Chef. This combination made the best pulled pork I've ever had!!!
Serve with recipe #102617 and you're in hog heaven!
I can't imagine that the 177th review would be able to add anything new, but I had to say: "Wonderful!" I was unsure at first as to whether the sauce was for basting or only to be used at the end, but was enlightened by others on Zaar that it was only to be used at the end. I subbed brown sugar for turbinado this time around and then divided the rub into two portions, one for the first night and the other for the next morning so I didn't have to worry about contamination from raw pork doing anything 'bad' to the remaining rub overnight. The rub baked into a gorgeous crispy crust that kept the inside juicy and tender. Since the dinner audience included children I cut most of that crust away this time - but based on the few nibbles I had of pieces that still had it, I will definitely leave that extra flavoring on next time! The sauce was interesting - perhaps not something I'd use elsewhere but it blended well with the flavors of the meat in this dish. We also tried the Pig Pickin' Sauce, per the chef's suggestions. (The kids just went with their favorite bottle of Sweet Baby Ray's sauce, lol.) We served it with potato salad and Brookville Sweet & Sour Coleslaw #86365. Thanks SO much, Bekah and Mean Chef - I can't believe it took me so long to finally try this. :)
After all the rave reviews about this recipe, I just had to find out for myself - yes, this is a keeper! I made this for Super Bowl and everyone loved it. I cooked the pork for about 9 hours and I used the Molasses BBQ sauce on it. Excellent! I used a pork leg roast and didn't have the turbinado sugar so subbed brown sugar instead. It turned out great! Thanks for another great recipe!
very good rub, made this sweet and tangy. I should have kept baking this until it really fell off the bones, but still turned out tasty. Thanks!
I have had this recipe in my cookbook for quite a while & finally made it to bring to a potluck. I came home with an empty dish, lots of compliments & a request for the recipe. Thanks, Mean!
I can't say anything that hasn't already been said .... 3 thumbs up from the 3 in our house!
Egg-cellent. Will definetely use again, and I very seldom cook the same thing twice.
We absolutely loved this and DH had 3 servings of it before rolling away from the table. I didn't make any changes except to substitute green onions for the shallots which I couldn't find. It was perfect and delicious for an after the 4th dinner. I'm looking forward to the leftovers as well!
the best ever!! it was incredibly easy, follow instructions and voila!! i have never made anything this easy that was soooo good!!
my picky children loved it.
thanks!!
Rave reviews over this one! Best pulled pork I ever tasted.
I used the 'rub'to season pieces of pork stew meat,marinated over night,cooked at 250 degrees in a covered pan (because pieces were so small I did not want it to dry out) until pork was very,very tender.Served with Jamaican-style rice and peas. Three times during the meal picky DH said "this is sooo good, wow this meat is tasty, and you can make this again!!" Another time I will try the sauces too. This is a super rub!!! Spices were perfect, I have lots left so will try this on chicken next time - very soon.
I thought the pork with the rub was wonderful, but the sauce-YUCK!
I will definitely make it again, just not using that particular sauce recipe.
OH MY GOSH!!! What an awesome meal this made!! My BF loved it and neither one of us could walk by without grabbing a fork and sneaking yet another bite!!
Excellent, great flavor !!! Just the two of us, so used a 3-1/2 lb pork shoulder roast. Thank you, Bekah
Wonderful! The only mistake was that I made 1/2 a butt instead of a whole...or even 2 for that matter!!! This recipe is so delicious and beautiful when it comes out of the oven! I only let the butt sit out at room temperature for an hour. I figured that half a butt would take less time - if you are also blond and thinking along these lines.... stop now... it still takes the full 7-8 hours. I like the sauce that is included in the recipe as well.... sweet....but not too sweet! This really is an outstanding recipe and is worth every star it has earned as a whole. Thanks for posting!
About the rub:
I have made this 4 times now. It always makes too much. The last time I had 10.5lbs of pork, and i used less than half of it.

About cooking the pork:
I typically just rub the pork and put it straight into the oven. No problems. I also cover it with foil, but I am not sure if this helps or not.

About the BBQ sauce:
I followed this almost exactly. I found it a little sweet, so I added a little more apple cider vinegar. I also added a little bit of salt and liquid smoke. Once I reduced it, I blended it. Perfect but I should have doubled it.
I finally got around to making this wonderful "Pulled Pork".Because I used a 3 1/2 lb boneless leg roast I watched it like a hawk as it turned quite dark - it was ready after 6 hours-pulled apart and was still moist. The problem was that as I was pulling it apart I couldn't resist nibbling on the dark outside crust, great flavor from the rub! The rub is wonderful and I am going to try it on chicken. I used nearly the whole recipe on this smaller roast then really rubbed it in - I believe it helps to seal the juices in to keep the meat moist. I also made the Molasses BBQ Sauce - I really did not enjoy the aroma while it was simmering but the end product was perfect with the pork. I served the pulled pork on a mini Ciabatta bread with oven fries and cut up tomato. FABULOUS Thanks Meanie
Okay...here goes! Rating #249. Why is it neccessary you ask? Obviously everybody already knows this is an awesome recipe....but let me tell you something: I...who can barely cook....actually followed this receipe TO THE LETTER and all of a sudden I am a HEROINE! People are looking at me like I am a BarBQue Goddess! I try and act humble....but I have impressed even myself!!!!!! And other than getting up at the crack of dawn so I could let this sit for two hours before putting it in the oven....it was a simple recipe to follow! This is better than anything we can buy here in South Carolina....perhaps I should open a restaurant! But maybe I'm getting ahead of myself a bit.......!!!!! THANK YOU MEAN CHEF! I owe you big time!
This was by far one of the best dishes I have ever made from this site. We made it just as written, even used both sauce suggestions, each was different and terrific! Mean Chef..I LOVE YA!
5 stars of course!!! I made alot of substitutions based on what I had in the house but it was great. I used a 3 pound pork loin instead of a butt (because I didn't know what a pork butt was). While it was cooking, I went to the grocery store and the butcher educated me. I quickly went home to check on the meat and glad I did because my meat cooked much faster than a whole butt would have. I also substituted prunes for the dates in the sauce, simmered it all down and then pureed it once cool. Loved it. One suggestion, if you're using a whole butt I'd double the sauce or even triple it---I like it juicy!! Thanks, Bekah and Mean Chef
Just about the easiest 8 hours I've spent cooking anything. The rub was great (though I couldn't help adding a little cumin), and the Pig Pickin' BBQ sauce was just like my Aunt's in North Carolina. Excellent!
This is the BEST pulled pork I have ever had!!! Top notch and easy to prepare!! The sauce? Mmmm, didn't care for it. The best part? I cannot have salt and so I ommited it completely and substituted brown sugar for the Turbinado and it was PERFECT! I have made this 6 times and finally got around to reviewing it.

The family LOVES LOVES LOVES it!!!!
Fabulous, as promised! I didn't change a thing. The meat is oh-so-tender & the sauce is absolutely out of this world! DH suggested making up the sauce to use as BBQ for ribs, chicken, whatever - which, YES, I plan to do in the future. I served the meat on warm tortillas with sides of shredded lettuce and chopped onion, so each could make their own to their liking.
Thanks, MC! - 5 stars!!!
I only did the pork portion of this recipe, but I love the way it worked out exactly! Plus, I got to use my stove's fancy thermometer probe. I served it on har rools with BBQ on the side and cole slaw. A wonderful 4th of July dinner.
I dug this recipe. Was the first time I had made pulled pork and I thought everything married pretty dam well. I used brown sugar instead of turbinado as I didn't have that in the pantry. Turned out great! I'll be making this for the super bowl party coming up shortly.
Good stuff. I made a half recipe of everything to go on about a 4 pound slab of fresh ham. It took about 5 hours to cook. Shredded very well. My favorite part was the dried out meat on the top and bottom that tasted just like jerky. It must be close to how you make jerky. Served it to French people, who were confused. Both with the pig pickin sauce, and a tomato based bbq sauce. Put the meat tossed with bbq sauce on Spanish hot dog buns--it isn't easy to get a cheap white soft hamburger bun in France. It was great. I can't wait to have the leftovers!
I couldn't believe how wonderful and easy this is! I am SO GLAD that this came out...I sent my DH to the local warehouse store to get a pork butt and he returned with over 17 pounds of pork shoulder-Boston Butt for 2 adults and 2 young children. We opened the package to find two shoulders, one of which I thought we should freeze. To make a long story short, he dry rubbed both. I took them out at 5:00, let them sit for 2 hours, then cooked them all day at 250 degrees. I didn't do anything with it all day long...it literally cooked itself in the oven. Assuming that they were about 8 to 9 pounds each, they took a bit longer to get to an internal temp of 195 degrees(about 10 to 11 hours). They were done beautifully and the meat fell apart, but wasn't a bit dry. We used the pig-pickin sauce and will make this again. Don't substitute the rub...it really adds wonderful flavor! Amazingly, after pulling all of it and removing the bone, I weighed out about 10 pounds of meat. We had it for dinner, reserved some for tomorrow night and froze 8 pounds. The purchase price of the meat was $0.99 per pound, so in the grand scheme of things, it was a fairly economical way to get several meals on one long (easy) day of cooking.
What can I say that hasn't already been said! This is so wonderful! The rub made such a lovely, flavorful crust. The meat - tender. YUMMMMM! I didn't make the BBQ sauce, but used my own stuff.
Yet another rave on this recipe. It was actually better the day after it was made, and the next day, too. Very simple to make with outstanding results. We also really enjoyed the barbecue sauce, too, although DH was skeptical because of the dates. I could only find dried dates, so I minced them and let them sit overnight in the wine and vinegar to rehydrate. GREAT recipe!
The pulled pork was wonderful.I forgot to do the rub and refrigerate overnite so I started early the next morning with the dry rub and let it sit for a couple hours.The pork butt was 7 pounds and I roasted it at 250 for 8 hours and it came out moist and delish.My favorite part is the crust that develops.I shredded the meat and we ate it atop plain hamburger buns,with my own bbq sauce recipe that I developed. To be real honest,I did not care for the sauce that comes with this recipe,it resembles no bbq sauce that I have ever tasted.I followed the directions for it clearly and after the sauce reduced it was still not to my liking,might be good for a marinade for fish or fowl but definately not as a bbq for this southern girl.
ABSOLUTELY AMAZING! I have been wanting to make this for awhile and just had to when pork butt went on sale for 99 cents per lb. I was with my DH and I suggested that we buy several and he said no, one would be enough. I was flabbergasted because he is the ultimate carnivore. I was skeptical about all of that pepper and paprika- I thought for sure the flavor would be too strong. I followed the instructions and cooked it for about 7 1/2 hours. The meat pulled so easily and was so succulent and tender. My husband couldn't stop picking at it. I served it with the molasses barbeque sauce and it turned out wonderfully despite some changes I made. I added onions instead of shallots, chili sauce instead of tomatoes, and ommitted the dates. It really complimented the meat. I will definitely be making this again soon and can't wait to try the Pig Pickin sauce. I served this on my hot homemade rolls (recipe #136869) and potato salad. I will probably make coleslaw next time. Thank you so much MEAN for a fail proof, easy, economical, and OUT OF THIS WORLD recipe for pork.
I didn't know that pulled pork was so easy to get perfect. With this recipe, the pork was MOIST and TENDER and pulled easily. I went for the whole pork butt and followed the directions for the rub (I have a habit of changing a recipe before making it the way it was intended) thinking that it was a lot of pepper. After tasting it, I would cut some of the pepper and add more paprika and salt. I also like the idea a previous review added of using brown sugar. I regret not making the sauce and may try it with the leftovers. This is something that I will continue to make again and again so that I can play with the seasonings in the rub. You're not a Meanie; for sharing this, you're a sweetie.
The spice rub on this pork is excellent.....the pork is succulent and tender. The sauce is not bad, but I like my BBQ sauce sweet, spicy and smoky. The sweetness was pretty dead on the money (I added about 2 tbsp brown sugar). I added about 2 TBSP black pepper, 1 TBSP ground Coriander, a pinch of cayenne, and about 2 TBSP of Liquid Smoke. I also rubbed liquid smoke into the meat before cooking.

When I make this again, and believe me I will, I will probably substitute dark brown sugar for the turbinado. I guess the brown sugar is sweeter and smaller grained so it works into the meat more.....but that is me, I have a sweet tooth!

Thank you for such a heavenly recipe!!!!!
Mean Chef has done it again! Loved it! I used brown sugar instead of turbinado sugar and it worked out well. It definitely has a kick to it!
http://cookingventures.blogspot.com
Okay, with all the reviews, I just had to try it. Great flavor.
At the end of my cooking, I drained the grease and saved the drippings, then pulled open the butt in several spots, drizzled the drippings over it and covered it and cooked for another 30-45 minuites. Made it very succulant and flavorful. Your sauce was great. The next time I make this I am going to smoke it.

LeeAnn
I think this a solid 4 star. The sauce is a bit too sweet and needs some heat. I followed the sauce recipe exactly - but I didn't like how it looked after reducing (maybe my mincing skills are poor) so I put it in a food processor and pureed it. I didn't put the pork butt in the oven - but smoked it with apple wood chips in my Traegar smoker. The pork was delicious and I was full by the time I had it all shredded. I served it with homemade Kaiser rolls, coleslaw, the old-fashioned potato salad recipe from Gourmet's cookbook and Dulche de Leche ice cream. All thought it a good meal.
Well you can add my name to list of 5 stars here. As you know I left out the salt due a guest that couldn't have salt in her foods and it didn't matter at all with taste. Everyone loved it.
I did a 8 1/4 pound butte for 9 1/2 hours I believe at 275 and it was beautiful. Another hour would have been better but it still didn't matter. This was and outstanding dinner. Thanks for the recipe.
Excellent recipe. Meat turned out juicy tender with a nice contrast to the outer "shell" that the rub created. 

I would decrease the salt to 1 T in the rub next time. I set the oven at 275, but it still took 10 hours to cook (I didn't allow to warm up to room temperature and it was a big butt). The "crust" turned out quite black, so next time I will set the oven at 250 and perhaps cover it the last few hours. Also, if you don't have stock for the sauce, do NOT use bullion (after reducing, it will turn out WAY too salty--oops!).
Very good Pulled Pork. We enjoyed this with fresh baked beans, coleslaw and pecan bars.
I made this yesterday,WOW,it was soooooo good.We had company and everyone wanted the recipe.I love to make it again to slice some for sandwiches.I cut the rub by half because I thought it would be too spicy but next time I,m going to follow the recipe.Another keeper.
I used this recipe for my first foray into "true" barbecue and it was a great success. This dish and a nice cole slaw made for a fabulous meal. Thanks.
I have looked at this often and I knew it would be good. It was wonderful! I followed the directions to the letter, which is something hard for me, cooked it overnight in my roaster oven at 200 degrees. The meat is juicy and falling apart tender. I made burritos with the meat this morning and tonight... We have some good eating ahead of us. Easy to understand why this recipe has so many wonderful reviews!
Yipes! What more can be said, this was incredible! The rub was amazing and the meat was so tender. Thanks for sharing.
Wow! This was so good! I cooked a 7lb butt for 8 hours and it was perfectly done. I used brown sugar in the rub, but otherwise followed the recipe exactly. Next time I make this, I'll try smoking it.
The molasses sauce was a tad sweet for me (but then I'm not a fan of sweets anyway), but still very tasty. Thank you for sharing this!!!!
I'm embarrassed to say that this has been in my cookbook for 7 years and I finally got the "nerve" to try this. You certainly don't need very much nerve to try this. This instructions are easy to follow and the results are top notch. I couldn't find a whole but so I used a 4 pound boneless butt and reduced the ingredients in half. I used my crock pot and cooked it for 10 hours on low. The next time I will make more barbecue sauce. I can't wait to make this for our next big crowd.
I made this with a small pork roast and smoked it on the smoker for 3 hours at approx. 200 degrees. Pulled it out of the fridge the next day and baked for an additional 4 hours till it was falling apart. WONDERFUL. I served with flour tortillas, cilantro, onions, cheese and sour cream. Thanks Meanie.
This recipe is amazing. I have a soft spot for pulled pork, so I was delighted to find such an easy to follow recipe. The pork was falling apart tender and the rub gave it a delicious spicy crust. I doubled the recipe for the sauce because I am a saucy girl, and I was really glad I did. The sauce was amazing! I mixed in just over half of my doubled sauce with the pulled pork, and kept the rest out on the side for extra dressing. I can't say enough how much we enjoyed making and eating this dish. Thanks, Mean Chef, for sharing this recipe!
Mean Chef thanks for the best recipe for pulled pork. I made this the first time for my niece's birthday party and it was the hit of the party! Even those that are not fans of pulled pork were asking me for the recipe!! 
The meat is tender tasty, deelish even the next day!!

Keep posting the great recipes!!!!
I didn't make the sauce, so this is a review of the pork only. I found it to be ordinary. Peppery but lacking pizzazz. I followed the recipe just as written with a 5 lb. Boston butt. The finished product was ok, but a big letdown after all the rave reviews.
I used an 8 lb. bone-in pork shoulder, and about 2 T black pepper in the rub. (I don't own a spice grinder, forgot to buy ground pepper, and got tired of cranking.) I followed the directions exactly, except, being an unending fiddler I kept peeking & changing the temperature between 250 & 275. The meat was perfect after about 8 hours, but I confess I didn't take it's temperature. I liked the molasses barbecue sauce. I did accidently simmer it down too much, so it was about 3/4 c. and scarcely covered the meat. It was slightly on the sweet side, but it was my fault because I accidentally bought sugared dates. I could tell that it is the perfect pairing with the meat, but I might still try the pig pickin sauce next time, just out of curiosity. Thank you so much for posting this!
Wow! There isn't really much more I can add to all these wonderful comments!
I made this for DH's Super Bowl Party yesterday and everybody raved about it. I found I had to cook it much, much longer than what I expected. The roast was about 7 lbs and I put it in the oven about 7:00 a.m. Saturday morning at 225 degrees. By 8:00 pm, the internal temperature still wasn't anywhere near 195 - 200 degrees, so I turned the oven up to 250 degrees. At 9:00 pm, it still wasn't close to the desired internal temp, so I turned it up to 300 degrees. Finally, about 11:30 pm, it was ready to come out! It sure was worth waiting for though! I made my own barbeque sauce to go with this and like I mentioned before, it was a hit! Thanks Mean!
Okay, I'll put in my 2 cents worth. If nothing else it will get this recipe back on the most recently reviewed list where more people may find it because the more people that find this, the better the meat that exists in the world will taste.

I made the rub exactly as written and I will never change a thing about it. I rubbed it on 2 shoulder portions - one that was 2 1/2 pounds and one that was 3 1/2 pounds. I let them rest in and out of the fridge as directed and cooked them at 250 for 9 hours - perfect. As I type I have a 10 pound brisket that I cut up (to get more surface area for more rub taste) cooking the same way. I tried the molasses BBQ sauce but I was not thrilled, but I'm sure this is just personal preference rather than a flawed recipe.

Absolutely some of the best meat I have ever tasted. My wife and I ate the meat with no sauce the second time we had this. Brilliant recipe. Thanks!
Very good and easy. I made the pig picken sauce and ended up using my own on the pork (DH thought it had too much vinegar). Thank you for posting!
I am a vegetarian so didn't taste this but everyone else loved it and requested the recipe. I put mine in at 11:30 the night before. It was almost 8 lbs and was done by 10:00 a.m. Just kept in warm in a covered dish in the oven on warm adding a little BBQ sauce to keep it from drying out until lunch was served. Thanks for the recipe Mean!!!
Pork rules no doubt and Mean this one rules big time! Followed your directions to the letter because it's the first time I made it and served it with my cole slaw that lasts recipe #26257 and my special Italian pasta salad, etc.--what a hit. Good combo.Made everyone happy. That's the name of the game! Thnx a bunch!!!!glitter
WOW!!! this was fabulous. the only bad thing was I didn't double the recipe. between my son and DH we almost didn't have enough for dinner. I counldn't keep there hand off. this one is a keeper. I can't wait to make it again. Thanks for posting.
Delish! I made this for a play off party, completed the recipe and then kept it warm in a crock pot so that everyone could help themselves. Compliments galore!! I did serve this with Rita L'S Potatoe Salad with Chipotle peppers #60560 and it made a nice compliment to the pork. Thank you Mean Chef for sahring the recipe- it is a real keeper.
This recipe is to die for. My family and I loved it.
This was Absolutely Fabulous!! I will be making this often. I served with #142534(Jalapeno Cole Slaw)
#123107(Creamy Macaroni Salad) What a great dinner!!
Delicious! I used a 4 lb pork roast, as I saw no way I could make good use of so much meat otherwise. I roasted it at 235 for 3 hours, then at 265 for 3 hours. The sauce is to die for! This recipe has definitely passed my 'family test,' so now I can use it at parties! I can't wait to try the Pig Pickin' Sauce! Thanks for the excellent recipe!
I followed this recipe exactly as written -rare for me - except I cut it in half because I had a three lb picnic roast. I threw the roast in the crockpot on two balls of foil in the morning so it wouldn't sit in it's own grease and turned it on low. I came home at lunch, stuck a fork in it, cleaned the fork in my mouth (like a good cook) and went uh-oh. After work we all got home and I told my husband the rub was incredibly spicy and if the pork was bad we could go out. I started to pull it and I couldn't keep him from picking it. It was FAR from bad. In fact the planned leftovers were eaten for dinner on Kings Hawaiian rolls, cole slaw and bbq sauce and my husband and son sat around the house after dinner like they had just got up from the Thanksgiving table. It was excellent. I went grocery shopping tonite and bought two more picnic roasts so I can do this again - twice. Thank you!
The pork was very tender, i didn't really care for the molasses bbq sauce. i used a pork shoulder instead of a butt because that was all i could find. i also cooked it in the crock pot on low for about 6.5 hours. it came out great. i just didn't enjoy the bbq sauce. tasted weird on a roll, My husband and i pulled it off the roll and ate them seperately after a few bites. later we used the meat to make nachos. these were tasty!
The pork rub was excellent, it gave the pork a great flavor. We will use this recipe again for sure. We didn't try the barbecue sauce, we used a finger licken barbecue sauce, which was okay. But we are still trying to find the perfect barbecue sauce for us.
Wonderful recipe! The only change I made was to use green onions instead of shallots (couldn't find any). I made the Molasses Barbecue Sauce and the Pig Pickin Sauce to accompany the pork. Half liked the Molasses, the other half the Pig Picking Sauce. I guess I'll have to make both sauces every time I make this recipe. I served this with barbecued beans and coleslaw.
This is so awesome! After pulling the pork, I separated it into bags and froze all of it. Now my husband can grab a bag, thaw, and make pulled pork sandwiches anytime and he is in heaven!
This was the best pulled pork I ever had! My husband bought a 9lb roast so I had to share with the neighbors!! It was a hit! I followed the recipe almost exactly-I didn't have turbinado sugar, so I used brown sugar. I also didn't have the dates so I used 1/2 tsp of sugar & it was delicious!! I am already passing on the recipe to friends!! Thanks Mean Chef!!
Well Mean Chef, the only thing that I can say to you about this recipe is...I am SO sick from eating so much of this FANTASTIC pulled pork!! Awesome, awesome, awesome! Thank you so much for sharing this with all of us here on Recipezaar. I followed your instructions and I don't believe that I have ever had a pulled pork that I loved more. And to think, it came from my own kitchen! My husband is on the couch now moaning because he ate too much also. :-) I made my own yeast rolls and served it with the sauce that you provided the recipe for. Thanks again..Hugs, A Very Miserable but Happy, Susie
Unbelievably, awesomely delicious! Thanks so much for sharing!!
Well...I am a believer. I'm Scandanavian and don't tolerate a lot of spices, so the paprika, pepper and cayanne were a stretch for me, but I hung in there am am so glad I did. I pulled the pork, then diced it and the spiced dispersed nicely with the sauce for a lovely flavor. I served it with garlic potatoes and froze half of the dinner for a later, no brainer dinner when we are in a hurry. Thanks for posting a wonderful recipe. I love slow cooking, especially on a rainy day. This is definitey a 5 star recipe...a rare honor.
Thanks for the great recipe. I used a 4lb. pork shoulder roast and put it in a 250 degree oven for 4 1/2 hours, then let it rest for about 20 min. When I pulled in apart with two forks it came apart easily and was juicy and delicious, my family enjoyed it. I served it with biscuits and barbecue sauce. I followed the recipe almost exactly but used more cayenne pepper than paprika (we like it spicy) and garlic powder for some of the black pepper as I don't care for a lot of black pepper. I made the rub and put it on the pork shoulder then let is sit overnight in the fridge. Thank you Mean Chef.
As the other 100+ reviewers have stated, this is an excellent recipe. I followed the rub instructions exactly, and the house smelled wonderful as the butt slowly roasted in my oven for 8 hours. I didn't realize that I was out of cider vinegar until it was too late, and therefore made a different sauce (instead of the one recommended in the recipe or the Pig Pickin Sauce). Our sandwiches were great. It will be nice to have the leftovers for easy meals later this week.
Meat was very tender. Easy to perpare. I'm one of those people whose tummy doesn't do do spicy well, so I personally avoided the rub itself to eat, but the meat had a wonderful moist flavor! Served it with the Pig Pickin sauce and/or sour cream to tone down the rub. I will fix it again. Thanks Bekah & Mean Chef!
This pork delivered everything that was promised. It smelled delicious, and was so tender it pulled itself. My only reason for only giving it 4 stars is because the rub was too spicy for us. I wound up removing most of the crust. I will make it again--no question, but next time I'll just use less cayenne. ;)
Love this recipe and it turnd out superbly!! Will make it again (...and again....and again) :D
A so-so recipe, albeit all the up beat reviews. Real pulled pork requires, as in Carolina pulled pork, requires a great specific rub and a great specific sauce. Then comes time on a specially set up grill or smoker -- a whole lot of time --to break down the collagen. This also requires moisture during the q. My final quest is to shorten the grill cook time while fully maintaining the smoke/spice flavor in a moist and very tender pull. This recipe helps with that...and that only.
My fiancee and I both enjoyed this. I had pork tenderloin, and knew I probably shouldn't use tenderloin for this, but I did anyway. It did come out dry. It still tasted pretty good. I made the Molasses BBQ sauce. I used apple cider instead of the wine. I thought the sauce smelled really good, but I wondered if it should have been thicker; it was pretty thin. I thought the rub was extremely spicy. Next time I'll probably make a different sauce and use a pork butt or shoulder. I'll rate again after following the directions more closely.
My husband and I had our first annual Kentucky Derby party this past Saturday and I made this recipe - great reviews and a number of requests to forward on the recipe. I followed the recipe exactly and the meat was incredibly tender.
This was ok, but it didn't really work for me. I just didn't care for the flavor combination. Maybe I was expecting too much after all the wonderful reviews.
OUTSTANDING! I'm not a experienced cook but had a group over for a BBQ and tried this receipt and it was a HUGE success. It took me some time in the store to hunt down all the ingredients (not knowing what Turinado surgar was for one!) but was worth the time. Everytime I've had a BBQ since, this is the most requested item ... and people are begging to take home anything that is left. It's very flavorful, and cooking it so slowly makes it juicy and tender. Highly recommend it.
Since this recipe has been given so many glowing reviews, I had to see what all hoopla was about. OMG!!! Words failed me as I popped a tasty morsel of this dish into my mouth. This is, bar none, the most incredible pulled pork I have ever eaten, and the sauce? Oh, the sauce. The sweetness of the sauce marries so well with the spice of the meat, you simply have to eat them in conjunction for the proper blissful experience. Recipe was made as directed, and I served this on fresh Kaiser rolls. My apologies to everyone else, but I am now going to remove all other pulled pork recipes from my cookbook. 5 stars seems so inadequate for this dish, so per my new "review rating" you are getting 10 stars. Anyone who hasn't tried this really needs to.
DELISH. i put a little liquid smoke on my pork before i added the rub, and i also added garlic powder to the rub. i had a 3.67 lb. boston butt and it took 6 hours for the internal temp to reach 200 degrees. this was fantastic, and i can't wait to make it again!
Fantastic method and a great rub. With just the two of us it's hard to justify cooking a whole Boston Butt, so I did a 2 lb loil roast with the same method. I brined the meat in 1/2 cup of salt, 1 cup of sugar and 1 qt of cold water for 2 hrs, let the rub sit on for 4 hrs. I didn't bring it up to room temperature before putting it in the oven. It cooked for 4.5 hrs to an internal temperature of 198 degrees. It was fall-apart tender with tons of flavor! Thanks MC for a terrific recipe.
I followed this recipe to the letter and used the exact ingredients recommended and the pork came out so juicy and tender! Loved the cooking method for this pork! I wasn't a huge fan of the Molasses BBQ Sauce and neither was my DH, but I suppose we're just used to a thicker, sweeter sauce. Will use the pork rub and cooking method again! Thanks for sharing!
Absolutely fantastic! I've made this 3 times now, and it is a stunner every time. It is also the easiest thing in the world to cook and get right. 
Everyone who eats it wants the recipe. 

An interesting thing happened with one of them which I will relay in case it helps anyone. My friend insists that anything can be put into a crockpot and taste just as good. So she did hers in a crockpot and invited me to dinner. 
First of all, it seemed to take a much longer time. After 9 hours it had only reached about 160* F and was definitely nowhere near ready to "pull". So she put the heat up and finished it in a hurry. 
When the meat emerged it had a strange, slimy, yellowy coating, not at all appetising to look at. The taste was just ok, but missing was the wonderful crust that develops slowly with the juice coming out of the pork in dry heat.

Back to the real thing: it makes fabulous sandwiches the next day, especially with the pigpickin' sauce drizzled over them. It also makes a great sandwich put under the broiler with some havarti cheese and jalepenos on top. Great, great recipe.
We absolutely loved this! I prepared it exactly as stated, even with the turbinado sugar, which I had never heard of before. The sauce is awesome! I made it with Mean's China Moon Double Chicken Stock. And then I also made the Pig Pickin Sauce. They are very different from each other. They are both terrific with this. They only enhance the pork though, because the pork is excellent on it's own, too. The stock and the pork take time to make, but none of it is difficult. If you're thinking about trying this, you should! : )
Awesome! What more can I say?

This was SO delicious! What a hit. My husband still can't stop raving about it. The only thing I would do next time is double the sauce to have more for dipping. Will DEFINITELY make again!
I made 5 pork butts to serve at a lunch reception and did as instructed except that for the sake of time and quantity we used KC Masterpiece bbq sauce. This was fantastic. The meat just fell apart and was tender and delicious. Served over cheap buns and none was left. Lots of raves reviews b/c people know how time consuming it is and therefore they don't get treated to it that often. Great way to wow someones socks off and it is not hard to do, just takes time.
Oh My Goodness !!! This was absolutely delicious pork, so tender and juicy. I cooked it for 10 hours on low in the crockpot. I had bought a 3 1/2 lb. pork butt and reduced the rub in half and there was plenty of rub. I didn't make the sauce to go with this recipe because the person that joined us for lunch was allergic to some things in that sauce so I had made the Pig Pickin Sauce instead. Personally I would of preferred the sauce that was part of this recipe but they liked it. This made for a terrific lunch and I served it with homemade coleslaw and my home made baked beans. Wonderful !!! Thanks so much for adopting this recipe and sharing Bekah...
Outstanding! The roast was so easy to prepare, just rub it and pop it in the oven! I can see why this is your favorite recipe, Mean! My whole family and I loved it! We served it with S'kat's Pink Pickled Onions #73203 and your Pig Pickin Sauce #31020. This will be a regular around here.
This is the perfect meal for summer Saturday entertaining -- you don't need anything but this, some white buns, pickles, coleslaw and cold beer! It's one of those "trust me to the end" recipes -- I was sure the rub would be too hot, and sure the sauce just wouldn't be right, But I just kept cooking, and it was just perfect. The sweetness of the sauce is the perfect balance to the heat of the rub, and it all works together to create a fantastic dish. Thanks, Mean, for sharing another great recipe.
I agree...fantastic. I doubled the rub because I was preparing 2 butts (about 5.5 pounds each). I roasted under convection heat at 225F for almost 12 hours. I cooked/pulled these the day before. I moistened with the Pig Pickin Sauce before I reheated, tightly covered. I didn't make the Molasses Sauce, but used a different sauce recipe to serve with the sandwiches. Everyone loved it--thanks!
As if this recipe needs Review #206! But, I just wanted to add that the pork was OUTSTANDING, even without the BBQ sauce. When it was done roasting (8 hrs), I tasted it and thought it was so good there was no need to make the sauce! Made the sauce anyway but while it was simmering, I walked away to do something else and -OOPS- forgot about the sauce on the stove. Needless to say, it was burnt beyond usability. So, we ended up without the sauce anyway! DH and 8 YO DD loved it. YUM!
UPDATE: Tried this again in the crock pot. FABULOUS! I have now officially found a new feeds-a-crowd, good for potlucks, company or weeknight dinner recipe.
This was great the second time I tried it. It definately requires the first rub and sitting overnight. It was spicier than I expected but had a nice flavor. My pork butt roasted for about 8 hours and was not yet falling apart so I chopped the meat rather than pulling it. I did not make the barbecue sauce.
I know there are so many rave reviews about this awesome recipe, but I just have to rave about it,too. This is the greatest meat recipe, ever. My family literally fights tooth and nail for the last helping. I do however, make some changes to fit our taste, but still stay as close to the original recipe. I despise pepper so I leave it out completely or use very little to balance the rub flavor. I also don't measure the rub spices I just add and taste till I get what I am looking for. I also found that lemon pepper evens the taste out wonderfully. Needless to say our family of five(soon to be six) can devour 5 lbs of this stuff in 1 day. Granted we nibble all day long, but it is that awesome. Also, I save some of the rub back and just add enough vinegar to thin it out, for a sauce to pour on top.I love, love, love the crispy dark outer crust it forms, it is my favorite part. A must try for any family.
Great Recipe. I will be making this again. thanks.
I would feel guilty if I did not proclaim the praises of this terrific pork preparation. So delicious we felt a barbeque sauce would take away from it. Really good!
Words fail me. 
I was stunned that I had produced such a masterpiece. 
My husband adores BBQ and I made this recipe in hopes of "knocking his socks off". It had the desired effect and then some!
Thanks so much for this recipe -
I felt like a Master Chef for the day. Superb!
I made this for company last night. I was REAL nervous about the cooking time, after reading ALL the reviews (they varied completely on times). I cooked mine (two 3 1/2 pounds) on convection 225-275 and 300 the last half hour (!)and it took about 7 hours til the meat was roughly 195 degrees. My exterior was so dark looking that I was worried it was charred but it was perfect and the meat, totally moist! My guests really liked it and it was a fun entree for kids and adults. I did not like the barbecue sauce, though, and drizzled a bit on the meat but stopped. The chicken stock and wine combined to an odd muddied flavor. I let my guest sample (to decide whether to use it) and he didn't comment, so I didn't put it on the table. I did quickly stir up the pickin sauce and that was used by most. I will definitely make this again. Thanks for keeping Mean Chef's classic pork recipe alive, Bekah!

Roxygirl
First, let me say that I had never cooked a pulled pork inside my house before (It's something that needs to be done over hardwood in a smoker). Whatever prompted me to overcome that and prepare this recipe...who knows? Maybe it's just that fabulous reputation of Mean Chef. But I did and the recipe cooked according to directions. I didn't make the molasses sauce (maybe I will on some other occasion, but I just wanted to use my usual sauce), so nothing in this review reflects that at all. I didn't do your pig pickin sauce recipe either although I really do recommend that others make that or a similar recipe to use on pulled pork- it's really worth the time and effort. I liked the flavor of your rub, not overly sweet but with a nice bite of pepper. I can imagine a few meats besides pork butt that it can be used on. And I will. The meat on your pulled pork is sweet as advertised (but not overly so), is succulent as well, and falling apart tender. The only thing it missed was the smoky flavor I've come to associate with real barbecue, and as a result, tasted merely of a very nicely prepared shredded pork roast. But it was nice. Thanks for posting!
My 22 year old son made this at my house for his friends, it was a huge hit! The best we have ever had...one of the guys said he will never be happy with any other barbque! It really was terrific, thanks
Made this for Super Bowl - it was great!! We weren't crazy about the BBQ sauce after we made it, so we opted for a bottled sauce (since it was last minute) and maybe we did something wrong. But in all honesty, the meat was sooo good with the rub, it truly didn't even need any BBQ sauce at all. My boyfriend kept eating it as fast as I was pulling it, I had to kick him out of the kitchen before he ate it all and there was none left for anyone else. Everyone loved it and I will make this again for sure. Oh - and it's super easy, too! Great for someone who doesn't really cook but wants to make a good impression! :-)
This is fabulous (but you already knew that). Before I was hospitalized a year ago, one of my favourite restaurants was Hogs on The Hill near the University of Maryland campus. And one of their locally famous specialties was pulled pork – I could not get enough of the stuff, and often ordered extra to bring home and freeze. Of course, my low-salt diet put the brakes on my visiting that fine establishment. 

I had my local butcher call me when he got a fresh pig, and he cut me a huge pork butt from it. As soon as I got it home, I thought I heard it still oinking, so I took my wee butcher knife and stabbed it all over, just to make sure that it was dead. As I was rubbing it with your spice mixture (duplicated faithfully except for salt substitution) I poked some of the mix deep into the wounds that I had inflicted. Then, after overnight resting and subsequent re-rubbing, I slow-roasted it at 250°F for close to 9 hours. The beast was so tender that it almost “pulled” itself and fell into chunks as I was trying to lift it out of the roasting pan. The outside was almost charred, and yet it was glistening moist and had me nibbling on the burned bits as I was completing the “pulling” process. 

Your sauce was amazing. Because I had a large cut of meat to begin with, I had to make a second batch of sauce in order to have enough to be able to serve additional sauce. Even prior to making your sauce recipe, I have found myself using dates more and more in other savoury sauces – they really add oomph to it. 

My wife, who previously disliked most pork dishes, wanted me to make a point of awarding your recipe a whole bunch of frequent flier miles. She took pulled pork sandwiches to work for lunch 3 days in a row.
Great recipe! I made it for a family barbeque and it was perfect. I put the roast on my grill over indirect heat for about 8 hours and simmered the sauce on my side burner for several hours. Everyone loved it - and it was easy to make. Thanks for a great recipe.
I KNEW this would be good! Delicious tender pork, excellent flavor sauce. Thanks, Meanie, we've enjoyed any recipe of yours that we've tried, and thanks, Bekah, for posting.
Divine made with a 6 pound pork shoulder and half the rub recipe. Next time I'll make double the perfect molasses bbq sauce. Took the recommended 8 hours at 250° and the house smelled like the world's best cook lives there. Thanks.
I made three of these for a graduation party. I put them in the oven at 7:30 a.m. and took them out 4:30 p.m. (9 hours). Next time I won't cook them so long, but they were still juicy enough. I made the Pig Pickin' Sauce (#31020) and the Mid-South Carolina Mustard Sauce (http://www.discusscooking.com/forums/f76/mid-south-carolina-mustard-sauce-9466.html). Guests loved both. My preference was the pork with the mustard sauce topped with the Tangy Mustard Slaw from cooking light (http://find.myrecipes.com/recipes/recipefinder.dyn?action=displayRecipe&recipe_id=1809093). The mustard in the meat and the mustard in the slaw killed! Served it with chips and cold beer. Yummm.
Sorry but this did not work for me. I've had lots of pulled pork in my day - perhaps too much. I followed the recipe exactly. What I got was a tuff piece of meat that would not pull apart without vice grips. The rub has good flavor but did not flavor the interior of the meat. My wife and son ate one bite and refused to go further. Very disappointed. If anyone has ideas on why this did not work for me, plaese respond. express898 at hotmail dot com
I made this for my son's 1st birthday party where we had 40 ppl and it was AMAZING and almost completely gone....the difference is that I made it in a crock pot instead of the oven then I froze it for three days before the party, defrosted it the night before the event (without the sauce) and refrigerated the sauce separately. Then, I put it in the crockpot with the sauce (and I added a little thicker bottled bbq sauce b/c I thought the molasses sauce was a little thin). But it was SO Amazing and we're eating it for lunch right now the following day!
What could I say that hasn't already been said? This was a fabulous dinner. I had to use a shoulder picnic, because my store didn't have any pork butts. It work out great though, it sure did fall apart! I cooked it for aprox. 10 hours and I served it on nice Portuguese rolls. I was stumped for a side dish so I just made some bow ties tossed w/ butter,garlic and spinach. Holy cow, do I have leftovers! This made a lot! Thank you for another great recipe!
This recipe is to die for! Only change I made was used dark brown sugar instead of turbinado sugar. I let it roast 7 hours. It was very easy to pull the pork. I couldn't help chowing down while doing so! The crust is so tasty! I was suprised how thin the sauce was. I didn't eat mine with sauce but DH did and loved it. I also made the Pig Pickin Sauce, but no one cared for it. I reserved half of the meat without any sauce for burritos. Will make this time and time again! Thanks for the keeper.
We are wowed by this recipe, made it 3 times already and we all love it. make sure you use dry mustard cos on one occasion I had none at hand and used the paste.... I couldn't get the pork rub to stick to the pork leg. thanks mean
This was wonderful. I think I love you. The only changes I made to the rub were to use 1/8 of a cup of brown sugar instead of the turbinado and rubbed the roast with a little liquid smoke before adding the rub. My 4 pound bone-in roast cooked at 275 degrees for six hours. Half-way through the cooking time, the roast started to dry out so I added just enough water to cover the bottom of the pan and lidded it. It was moist and delicious. Tasted just like the pulled pork barbeque I buy at the local restaurants. I used a vinegar-based sauce that I already had in the fridge.
I tried this recipe for the 4th of July-it was wonderful! I followed the directions for the rub and cooked the meat according to directions. What I did not follow was the recipe for the sauce. I used KC Masterpiece and it was great. All of my guests (40 of them) raved about sandwiches. Thank you for a crowd pleaser.
I made the rub with fresh cracked pepper and it makes it really awesome spicy. If you like spicy food, make it with fresh ground pepper instead of the regular stuff. Otherwise, I've never tasted pork this good.
I hosted UFC Fight Night for the boyfriend and some of his testosterone-crazed friends last night. Your pork was a hit... :) Thanks! ~Mary
Have you ever had that sinking feeling when you can&#039;t find a recipe that you tried and LOVED? Well, I just spent many hours looking for this recipe. I was so sure I had saved it in one of my many recipe site folders or copied and pasted it into Word and placed it in my &quot;Pork Entree&quot; recipe folder. My husband, who never cares about recipes as long as they taste good, was devastated when I told him I couldn&#039;t find the recipe! You get the point I&#039;m trying to make here. It&#039;s not so much the ingredients (except for the pork butt) I&#039;m referring to, because I used my own recipe for the rub and the sauce--IT&#039;S BEKAH&#039;S TECHNIQUE. The way this recipe is prepared is the real gem. The wrapping of the pork butt after it&#039;s been rubbed, the rubbing again and letting it sit to room temperature, the long, slow cooking time and letting it reach that perfect fall apart internal temperature of 200 degrees--that&#039;s the BEAUTY of this perfect recipe. I am so overjoyed that I found it again! I am going to save it in my online folder, copy &amp; paste it into my Word file and place it in my folder, and print and place it in my recipe card box. I will never lose this recipe again, EVER! If I could give it 10 stars, I certainly would.
I've been meaning to rate this for awhile now as I have tried it quite a few times. It is a great recipe, but I still feel like something is missing. I made it the first time to the letter, and the second time, adjusted to use less black pepper. While the pork does come out really well, I finally figured out what I am missing. The smokey flavor. Since I don't have a smoker, I was wondering how I could go about infusing it into the pork. Liquid Smoke maybe?? Overall, I will keep trying. It's a good rub, just needs that smoke flavor for me to feel like it is authentic BBQ place pulled pork.
I followed the recipe to the letter, and I found that although it was an extraordinary flavour, it was not a flavour I found to be pleasing. For the meat itself, I found it dry, and I believe it would be better cooked in moist heat, covered with a small amount of water in the roaster would help.

I am giving it a 3 because the meat has possibilites, and while we did not particulary like the recipe, the flavour would probably be enticing to others.
Wow,wow, wow,wow, wow! I made it exactly as written for my son's graduation party. Huge hit! I served it with the Pig Pickin' sauce referenced in the recipe and Red Green Slaw for Pulled Pork Sandwiches
(Recipe #19623). Helpful hint for Pork Butte novices (as I was before making 6 batches of this recipe) -- ask your buther to trim the pork butte for you if possible --- save yourself some time! A great crowd-pleasing recipe. Thanks!
Hog heaven! I've always enjoyed pulled pork sandwiches when I've had the good fortune to find a restaurant that serves them (not common at all here in Toronto), so when my local supermarket put pork shoulder on sale for 99/cents per pound this week I decided it was time to try this recipe. I cut the thick rind/skin off the shoulder I bought (just over 7 lbs, bone-in), trying to leave most of the fat still on the meat. I did have trouble with the rub, finding that I couldn't get all of it to be absorbed by the meat no matter how strongly I massaged--I was left with just over half the rub after the meat had been completely coated and it flat-out wouldn't take any more. No worries; I saved the leftover rub and was able to rub it all onto the meat when I pulled it out of the fridge the next day and did the re-rub. This was done to falling-apart-perfection after 7 hours in the oven. I didn't use the Molasses Barbecue Sauce; instead I used recipe #40980 (Mysterygirl's K.C. Masterpiece sauce) as I prefer a sweet smoky sauce. I did make the Pig Pickin Sauce, too. Once this is in the oven, there really isn't anything to do except wait for it to be done--talk about simple! Thanks for the recipe; I'm so pleased to be able to make this restaurant favourite at home with such ease. Oh, my dinner guests loved it too!
Fantastic recipe and sooo easy...the meat was moist and tender and the sauce superb...Thanks Mean Chef....
I've never had pulled pork before, and after reading all these great reviews, I just had to give it a go. I followed the recipe exactly, except I had to substitute brown sugar for the turbinado in the rub. It took 12 hours at 250 to cook the 7 lb pork butt - so our dinner schedule was off. We raised the temperature at the end to speed it up, but that caused the edges to get just a bit too crispy. Because it was so late, we just nibbled a taste, and saved it for the next night. Wow, it was delicious the next day. Lean and tender, and perfectly flavored. A combination of peppery/sweet. Loved the sauce. Served it on nice quality buns with cole slaw on the side. Will most definitely make this again.
A rave for this one! I join the others in rating this just great. I used the recipe exactly….except for two things. My market had thick sliced port butt on sale and since it was half the price of their whole butt I opted to use that. I was somewhat concerned about the amount of spice, since I had so much more surface to rub. But, not to fear, it was wonderful. My thick chops were wonderful even before the pulling and the saucing. Also, I forgot to buy a tomato and didn’t want to open the extra large can I had, so I put in a squeeze of tomato paste from a tube I keep in the fridge for just such emergencies.
Divine! Thanks for sharing this recipe! Yum.
This hardly needs another 5 star rating, but here I am to give it another one! This was WONDERFUL! I used a 6 lb Shoulder Boston Butt cut (complete with bone), and cooked for about 7 1/2 hours. I actually strained the sauce before adding to the pork. I didn't chop my stuff too well!

We served it on sandwiches, by itself, with the sauce here and with BBQ sauce. No matter which way, it was delicious! Plus, it still tastes wonderful reheated as leftovers!
I had no doubt that this was going to be every bit as flavorful and moist as everyone has stated. I followed the directions, but I made 2 recipes of the rub because I was not confident in my butt buying ability. I used every little bit of rub that I could, but I had some left over, and am hoping it will keep for another use. The meat roasted just as directed, and absolutely shredded itself. I used the pig pickin sauce, and was quite pleased. Thank you MC!!!
Great recipe but I made two big mistakes making this that I'd like to share so other beginner cooks like me won't fall prey! 1. I've never made a rub and I had a 3.5 lb butt...that I covered with the entire rub...yep, slathered it on, let it sit, slathered another layer on...and then gooped the rest on right before popping it in the oven for good measure. This was a bad idea. This put too much salt onto the roast. But, other than having a very salty crust, the pulled pork was Very Excellent in 9 hours at 250 in the oven. 2. I've never made BBQ sauce - or reduced a sauce like this - so I had No Idea it would take 3 hours! I started the sauce about an hour before I thought the roast would be done, and planned to keep it covered when it finished! So, beginner chefs, take note: Rub your roast with the mixture once and leave it be! AND allow 3 hours to reduce the BBQ sauce :)
First off, the meat was delicious. I had a"leg of pork roast shank end hock removed" it weighed a tad under 9 pounds. I did everthing the way you said, except I slept in the morning I was supposed to get up and let it set on the counter for 2 hour, so it only sat on the counter for 1 1/2 hours. Now the problem follows. I have one of those fancy electronic temperature thingys you put one end in the roast and the other part sets on the counter and you set what temp. you want your meat done too. Now I set it for 190 degreesF. The temp of the meat was about 40 degrees when I stuck it in, this was at 10am. I set my oven at 260, half way between the sugested temp. 4pm rolls around and it's nowhere near done so I raise the temp to 275. Are ya still with me?? 8pm comes and I raise it to 290,(still not done), So at 10pm I raise it to 300 as I'm
 getting tired and want to go bed,(no supper to eat). Finaly at 11pm the signal beeped, it had reached 195. So Dh and I waited till it cooled a bit then took it apart and didn't want to eat more than a tiny bit as we would be up with indigestion,(the hot meat was incredible)Food late at night at our age does not agree with us. So can you tell me what I did wrong? We are eating it cold today in sandwitches. I am going to make a casserole tomorrow and I froze up 2 meal size portions,
SPICY!!! I made both sauces and enjoyed both. I like the fact you can leave it all day and not have to worry. I had a 6.35 lb pork butt and it took exactly 9 hrs. I ususally smoke the butts, but this was so much easier, and very tender. Thanks for the recipe!
This recipe was absolutely fabulous! I was a little skeptical on adding a whole 1/4 cup of black pepper to the meat, but found that it really wasn't that hot once pulled. The meat just fell apart and was tender enough even for our children! Too bad we don't have a smoker, because I'm sure this would be even better (if that's possible?!?). This one is definately a keeper in my recipe book! Thank you Mean Chef!
MMMMmmmmmmmmm meaty. What could possibly be better than a big hunk of pig slow cooked in the oven with a tasty rub on it? I personally can think of nothing. I could easily eat this pork by itself but we had it on potato rolls with a scoop of Mean Chef's cole slaw #55582. So good, simple and comforting.
Nothing I can add, except; looking at the amount of pepper in the bowl was a little intimidating...However, the final product was safe for kids as well as us wimpy adults...

Grabbed a 7 1/4 lb. rump (roast, that is) that was in the freezer...Didn't have much time for a thaw so I applied the rub while the roast was mostly frozen...

Cooked this large chunk of meat in a gas oven for about 8 hrs (it was done)...Turned out just like everyone said it would...

I didn't use a rack...Cooked in in the bottome of a glass dish...And the meat that was on the bottom, cooking in the juices and spices was exceptional...

I topped the sandwiches with my 'not so famous slaw topping' that I just posted today...This was about as good as it gets...


The rub is excellent, and I use it for all the pork I make. The sauce, however, I didn't like at all. But hey, no recipe is perfect!
Very tasty- we had to make it with the Pig Pickin' Sauce (#31020) rather than the yummy-sounding Molasses Barbeque sauce as I'm not of age to buy the alcohol the recipe calls for. (Foiled again! I need to ask for alcohol to cook with for my birthday- think my family will believe that?) Very good and easy overall. BF and I lived in North Carolina for 8 years, so we know our NC barbeque- this was good, but I've had better. Although, perhaps there's just better pork available in North Carolina than in California. The rub was actually a bit spicey/peppery for me, but I found it overall very enjoyable. We bought some cheap white buns at the grocery to eat these on, but a mouse snuck in the house and ate them! So, we enjoyed this (for quite some time considering it is just the two of us) in tortillas as you suggested with cole slaw. I'll be making this again, though- maybe fiddle with the spices a little. I love black pepper, but its unpleasant to get a spicey chunk caught in your throat and make you cough. This is my first experience using a rub, though, so maybe its just due to inexperience with that. I just wish I could have tried the barbeque sauce... Ours also seemed to take longer to cook (more like 10 hours), even at about 3 lbs and I know my oven temperature is correct. Very good overall.
Yummy, took this to a potluck memorial (in the bar) and it was the first thing gone. I put it in a crock pot to take in and keep warm (didnt need to). I doubled the sauce. I had left some at home for lunches, but my 16 yr old & his freinds devoured it. As it is hot here, I marinated all day, and cooked at night. (put in crock pot to warm up). Will be making this again. Thanks for the recipe.
Wow, this was truly wonderful. I couldn't find pork butt here, so I used a boneless shoulder. Cooked it for approx 5 hours and it was perfect!!! I didn't make the bbq sauce b/c I was going to use my Atkins sauce (I'm sure yours is much better, but I'm low carbing it!). Decided it didn't need any sauce - perfect as it was. Made this for superbowl and we will have pulled pork sandwiches for a few days. Horray! Thanks for another great recipe!
Definitely worth the time involved! SO delicious! It's not a lot of work but you have to plan out your time to make this. I had an 8.5 lb pork butt, and it cooked for 7 hrs at 250, and another 2 hours at 275 (9 hrs total cooking time). I'm mad at myself for one screw-up .... I forgot to pick up dry white wine for the sauce, and only realized it Sunday morning - and RI liquor stores are closed on Sunday. I picked up some Sweet Baby Rays and everyone at the Super Bowl party raved about the dish as a whole ..... but I can't wait to make it again w/the sauce.
i guess i had high expectations after reading all of the wonderful reviews. Boy was i disappointed! The pork lacked REAL flavor and was rather bland and could have used more salt. The cook temperature and time was dead on as the meat was very tender and juicy. i believe the turbanado sugar gave it an off-putting after taste and i would suggest a substitute of dark brown sugar. The sauce was horrible! i did allow it to reduce and the flavors were just not complementary. If i were to make this recipe again i would make major changes to the rub and skip the sauce all together.
I used a pork butt roast. Started cooking at about 9:30 am and by 6;30 pm, it was only at 170 degrees, but we were hungry, so I cut off a little bit and we ate dinner and I put the rest back in until about 10:30 pm when it hit 190 degrees. Then I shredded the rest and now will freeze for later. Did not use the sauce. The crust is delicious.
Outstanding! Very easy to make, also. I almost didn't make the sauce because I forgot until the pork was done, but then I made it and let it simmer while I pulled the pork. I didn't have white wine so I just used chicken broth and it tasted fine. The sauce is what really makes this good, so I am glad that I made it. Thanks Mean Chef!
Not that you need my review, with 98 of them already here telling you how much they love this recipe, but I am going to tell you again anyway. This recipe is fantastic. I made 2 of them the first time for a party. I bbq'ed one and turned the other one into a batch of my own traditional tamales. Last night one of my party guests brought me 4 butts (they are 99 cents a lb this week) and told me that if I would make them for him this weekend, I could keep 2 of those butts for myself. He also brought the spices and his favorite bottled bbq sauce and paid me $25 to do this for him. I am doing 3 of them and tossing the other in the freezer for another time. So I guess these 5 stars are from him as well as myself. Everyone raved over this meal. I cooked it a day in advance because I didn't want to be cooking while my guests were here, and it re-heated beautifully for the party. I accidently mixed up the cayenne with the paprika the first time and it was a little spicey but it was wonderful that way as well, so this time I made the recipe as directed but added a little more cayenne (but not 1/4 cup of the stuff. Boy was the outside of those last ones hot and tasty). Those butts are still a topic of conversation when I see my friends from the party. Thanks for making me look so good.
Loved it! I intended to do half with the molasses barbecue sauce and half with the Pig Picken Sauce, but after mixing in a little of the molasses bbq, I decided to stick with it! Really outstanding.
I made this over the weekend ~and it was awesome. I always worry that a popular recipe won't live up to it's hype ~well this one definitely did!! I can't wait to make this again. THANKS!
Absolutley delicious. I have a very low tolerance for heat, so I will take down the chili powder next time. I followed the lead of another review and used the crock pot, on low for about 8 hrs. My husband said this has a sort of dark flavor. I thought that was a good description. That and delicious.
AMAZING!! I tried this dish for the first time when I had some friends over. It smelled so good that while I was pulling the meat into chunks to serve it, my friends were hanging over my shoulder picking pieces out of the pan. One of them even asked for some of the leftovers to take home.<br/><br/>This is already in my recipe book as a favorite. So easy and inexpensive to make, and so incredibly yummy! The spice rub gives it an awesome kick and keeps the meat wonderfully moist while it's roasting. Mmmmm . . .<br/><br/>UPDATE: For those who either have trouble finding or can't manage the extra expense of turbinado sugar, I have made this recipe several times with brown sugar and can't tell the difference.
This recipe was AMAZING! I made it for our Super Bowl crowd and it was an instant hit. This recipe was very easy to follow and execute. I cooked 4 x 8.5 lbs butts on 250F (convention) and it took 13 hours for the internal temperature to reach 195 F. Good thing I anticipated that I might take longer to cook! The molasses BBQ sauce was perfect - just the right amount of sweet and sour. We served this with Kittencal Coleslaw which was very complimentary. Thank you for sharing this recipe - I will make again with no changes!
What, no option for 26 stars?!?!?! Thats what this deserves! As always, followed Meanie's recipe to the letter and was blown away!!! My BF, DS and I ate all afternoon during superbowl (OK, I started picking at 9am :-) This will get made again and again and again!! Love you Meanie!
Oh yeah! That was good! Picky DH couldn't find enough words to praise this and is willing to have it anytime, anywhere....
The dry rub is incredibly good. I was trying to figure wheather to leave the skin and fat on or not, since it was baked dry. Decided to leave it on. The bits not covered with skin became wonderfully crispy and tasty, but not dry in the least bit. The bits covered with skin where fattier, of course, but not as tasty. We really liked the crispy bits and I might skin the butt next time, just leave little fat on top. My "butt" was 6 lb, as I suppose they usually are. Great recipe, also the sauce was top notch!!!
